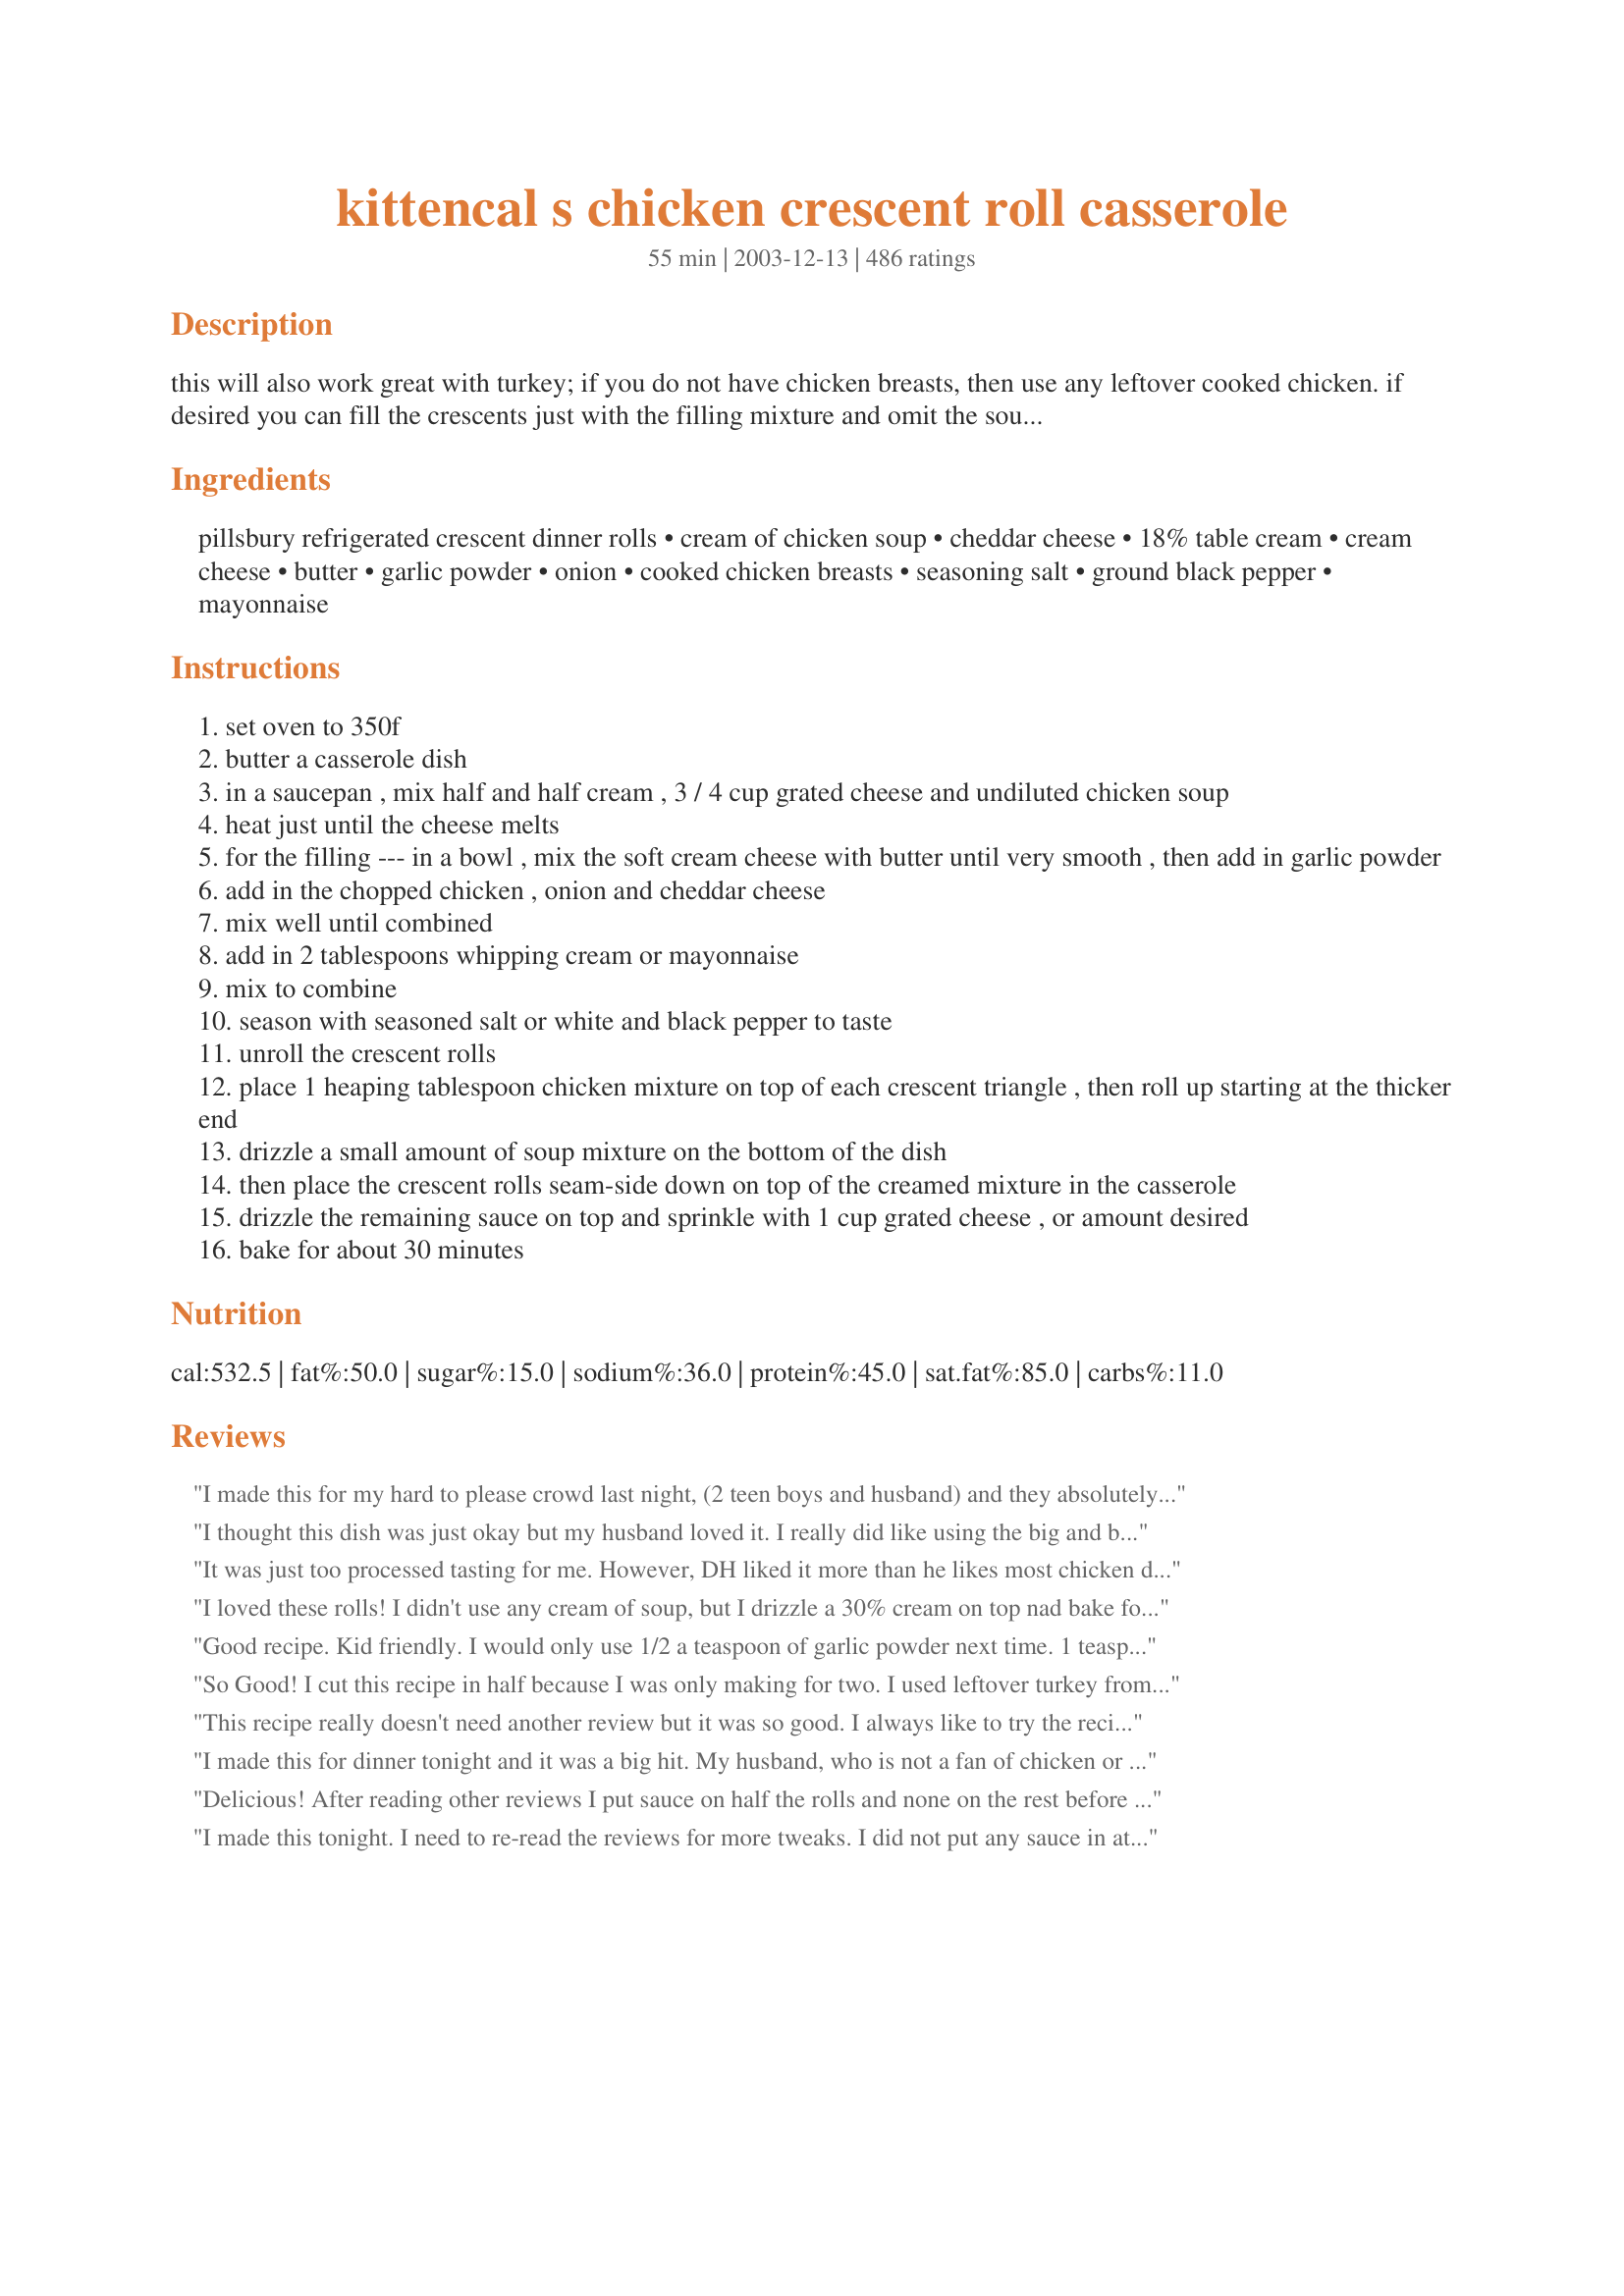
kittencal s chicken crescent roll casserole
Preparation time: 55 minutes

this will also work great with turkey; if you do not have chicken breasts, then use any leftover cooked chicken. if desired you can fill the crescents just with the filling mixture and omit the soup, just brush with butter before baking. they are wonderful just stuffed with the filling! a few members have experienced a soggy bottom, so you might want to consider just drizzling half (or even a little less) of the soup mixture on top and a little around the sides of the crescents, then save the rest of the soup mixture for another time (this will help prevent a soggy bottom). you may use the jumbo crescent rolls and stuff with more chicken mixture :)

Ingredients:
pillsbury refrigerated crescent dinner rolls, cream of chicken soup, cheddar cheese, 18% table cream, cream cheese, butter, garlic powder, onion, cooked chicken breasts, seasoning salt, ground black pepper, mayonnaise

Steps:
set oven to 350f
butter a casserole dish
in a saucepan , mix half and half cream , 3 / 4 cup grated cheese and undiluted chicken soup
heat just until the cheese melts
for the filling --- in a bowl , mix the soft cream cheese with butter until very smooth , then add in garlic powder
add in the chopped chicken , onion and cheddar cheese
mix well until combined
add in 2 tablespoons whipping cream or mayonnaise
mix to combine
season with seasoned salt or white and black pepper to taste
unroll the crescent rolls
place 1 heaping tablespoon chicken mixture on top of each crescent triangle , then roll up starting at the thicker end
drizzle a small amount of soup mixture on the bottom of the dish
then place the crescent rolls seam-side down on top of the creamed mixture in the casserole
drizzle the remaining sauce on top and sprinkle with 1 cup grated cheese , or amount desired
bake for about 30 minutes

Reviews:
I made this for my hard to please crowd last night, (2 teen boys and husband) and they absolutely loved it! It was wonderful. It was so easy to make and clean up was a breeze.
Thank you for sharing!
I thought this dish was just okay but my husband loved it. I really did like using the big and buttery crescent rolls in lieu of the regular ones.
It was just too processed tasting for me. However, DH liked it more than he likes most chicken dishes. I had some leftover filling; I think it will make great chicken sandwiches.
I loved these rolls! I didn't use any cream of soup, but I drizzle a 30% cream on top nad bake for 30 minutes. At the half filling I used chicken and at the other half ham. I sprinkled with 1 cup of edam on top. Perfect! Thanks so much Kittencal for an easy and tasty meal, but unfortunatly full of calories!
Good recipe. Kid friendly. I would only use 1/2 a teaspoon of garlic powder next time. 1 teaspoon was a bit too much.
So Good! I cut this recipe in half because I was only making for two. I used leftover turkey from Thanksgiving. I also used cream cheese with onion and chive and added chopped celery. The flavors went well with the turkey. I saved the leftover filling for a sandwich. I didn't make the sauce, because I didn't have the ingredients on hand. The rolls came out nicely browned after 26 minutes. I served with sour cream. Thank you for this recipe. I will make again.
This recipe really doesn't need another review but it was so good. I always like to try the recipe as stated first, but next time I will add a can of chiles.
I made this for dinner tonight and it was a big hit. My husband, who is not a fan of chicken or creamed soup, loved it. I only used one chicked breast and one can of rolls, but used the entire can of soup and cheese. Also, I sauted some celery, onions and garlic before adding it to the chicken mixture. I also used cream of onion soup instead of the chicken. It took longer than the 30 minutes to cook (about 45 mins total). I will be making this again. Thanks for a great recipe!
Delicious! After reading other reviews I put sauce on half the rolls and none on the rest before baking. Definitely agree with those who said add the sauce afterwards, the rolls just become too soggy with the sauce. BF loved it, even spooned the extra sauce over the steamed broccoli I served as a side.
I made this tonight. I need to re-read the reviews for more tweaks. I did not put any sauce in at the beginning. I waited and put it on top at the end and put it back in the oven for a couple minutes. It was still doughy. I need to do the two pan thing so the rolls aren't touching and I think I need to cook on a higher temp. I had already thrown out the package of rolls to see what temp it calls for but I assume it would be more like 375. ?? I used twice as much grated cheese. I am now ready to be creative with it. I think some more to the mix would be good. I'm wondering if you really need to even roll these up. What about placeing them on top the filling. How fast would that be?! Then you could use more filling and less cresants which would keep the fat content a bit more manageable.
Made using leftovers, and was it ever good! Thanks.
This was very good and rich. Mine took about 10 minutes longer to cook completely. The men in my family just loved it. Thanks!
I made this for my scrapbooking ladies and they raved about it. I doubled the recipe and filled four cans of crescents. I still had filling left over. I just dropped the filling onto crackers topped with a little cheese and baked until warmed through. Excellant teaser as to what was coming up. I think next time I will try the sauce on the bottom only just for a change :) Thanks for a keeper!
These were very flavorful and quite easy to prepare. The directions were very clear. I would recommend using two seperate pans to cook them, if you double the recipe. I didn't and crowded them into one pan. That made them a little doughy. My bad. They did make great leftovers.
it was good,but my only problem was that my rolls didnt get done & we had a doughy mess, ugh!
This was very good. The only change I made was to add mushrooms to the chicken and cream cheese. I think it would be good served as an appetizer as well, without the soup mixture.
These were very good...made them last night, used 2 cans of rolls as suggested by other reviewers. I am eating the leftovers now for lunch, and they are just as good, if not better than yesterday!! 
Other than using the 2 cans, I followed the recipe as written, had no problems. I think next time though, I might add some shredded cheese in the chicken mixture before I roll them up...I like LOTS of cheese!
Thanks for a great recipe!
My family and I absolutely loved it--along with our guest! I don't like to "experiment" on guests but I had already planned this dinner before the invite. I thought, "Well, here goes!". I followed the recipe very closely--except for following some of the reviewers suggestions and doubling the recipe. For the filling I added a 1/2 tsp paprika, used mayo instead of the whipping cream(can't even taste it. After all mayo is made from eggs and oil and tends to make food moister) and I used an 8oz container of cream cheese with onions and chives along with the rest of the ingredients called for. I was a little more generous spooning the chicken filling on the crescent rolls--spread about 2 tbsp. I also veered away from baking the soup mixture on the stuffed crescent rolls because of many comments that they came out soggy. Instead, I heated up the soup mixture while baking the stuffed rolls and let everyone individually ladle the sauce on top of their own servings when they were out of the oven. This worked out very well. Absolutely no sogginess. Will make this again and again. Thanks Kittencal for sharing your wonderful recipe!
Another incredible recipe. I tell everyone to always look for kittencal's recipes. They are all the best.
I am so surprised at how much my husband and I disliked this dish. It sounded so wonderful. There was something off with the texture of this sauce. The cream cheese really stood out and didn't blend well with the other ingredients, taste wise. I was very disappointed. I would not recommend this dish.
This was a hit with my very picky hubby and 4-year old son. I'm just learning to cook and found the recipe easy to follow. While the prep time took a little longer than I was expecting (about 50 minutes for a newbie like me), the end result was totally worth it. YUMMY!
This recipe is really good! I added fresh diced cooked mushrooms and green onions to the filling. I double the recipe, because there is never enough!
Delicious- i poached my chicken breasts and it came out a little salty but definately will make again!
So Good! I made these last week, and forgot to send my comments! I used everything the recipe called for...The only thing I did different was to not use all of the sauce ontop. I wasn't sure how they would turn out, but they were perfect. Next time I will use it all. My hubby, who isn't real fond of chicken really enjoyed them. Thanks for sharing such a yummy recipe. I will make again!
These were yummy, even my husband said so and he hates everything unless it's filet mignon. Thanks for the recipe, I'll be making this again.
I made these about a month ago and forgot to review. These are wonderful. Made them as directed and they turned out perfect!
My rolls were soggy even after cooking for an additional 10 minutes.
This is probably my new favorite meal! All of my guests raved about it. I used mozzerella cheese because that is all I had on hand and it was fantastic! Thanks for posting this!
I made this dish last night. It was delicious. I used two cans of the rolls as suggested and I used onion/chive cream cheese instead of plain with a chopped onion. My husband loved it too. Thanks for a 10 star recipe.
What more can I add? Very easy to throw together and very tasty! I will definitely be making this one again. Thanks for posting, Kittencal!
These were so amazing. Kittencal, your recipes are practically no-fail, always delicious.
All I can say is WOW!! I rarely cook with canned soup or packaged pastry but I'll be doing this again. I scaled it in half as there's just the 2 of us & followed Crabzilla's suggestion about omitting the sauce on the bottom. I added salt & pepper to the both the chicken mixture & the sauce and sprinkled paprika on top to improve the colour. My cheese of choice was colby with chives & I served with a side salad for a quick & easy mid week dinner. Adding some diced celery to the leftover chicken mixture will make a great sandwich for lunch today. Thanx so much for posting Kitten!
I got tons of compliments on these rolls. They were so liked I barely had any left over! I followed another reviewer's suggestion and did not put sauce on the bottom of the pan. I think that this was a good move as it was still plenty wet even without. I also lowered the temp after the recommended cook time to 300 and let it sit in the oven for ten more minutes. This helped make sure that the middle wasn't uncooked. This recipe can look done on top but the dough will still be uncooked. Also, I used green onions rather than regular yellow or vidalia. I think this made a lot of difference in the flavor.
Good stuff. I took the advice on cooking it first without the sauce...and it turned out well. I cooked for 15 mins alone, then added the sauce for 15 mins. I skipped the cheese for topping as I felt like everything else had enough cheese in it. I was pleased with it and think the extra cheese would have been too much.
Wow, this dish if really great! It tastes wonderful and is unique and special enough for company. I made it exactly as written except that I used 2 cans of reduced fat crescent rolls. (I figured there was plenty of fat in the cream!)and I at least doubled the cream in the sauce as it was very thick and I needed to cover all the chicken rolls. I covered it with foil and it came out great. Thanks for a great recipe that I will make again... for sure.
I thought this was good for a "kid" feast, but not really good for an adult meal. I can see it being served successfully at a spend-the-night party for kids, especially if you leave the onions out and use the shredded cheese. I'm not a big fan of crescent rolls though, so that may have influenced my opinion. On the other hand, I love chicken/turkey and cream cheese, so I had high hopes for the recipe. For adults, I thought there was way too much sauce, and the rolls were soggy, even though I baked them by themselves for 15 minutes. I would follow other reviewer's advice and have them serve the sauce "on the side", and not cook the rolls with it. The sauce was a bit overpowering and made the rolls soggy. I'll try this one again with some alterations. It has promise, just needs a little tweaking.
Another vote for skipping the bottom soup layer and just pouring it on top. I used a good bit more chicken mixture in each crescent than recommended and still had enough filling and sauce for 12 rolls. A mixture of sharp white cheddar and Gruyere, along with some ground pepper, worked great. Oh, and I also used Alouette instead of plain cream cheese. A salad...a green veggie... a terrific, easy weeknight meal thanks to KITTENCAL!
This was great but I changed some things based on a luncheon I had these at (reason for 4 stars)...cooked boneless skinless breast seasoned with pepper, garlic salt, and paprika, used milk instead of cream or mayonaise, added paprika seasoning to filling mixture, used garlic butter cresants, and omitted the sauce altogether. I took cresants and combined 2 traingles into 1 square, placed filling in center, gathered points into middle and pinched closed the packet (ends up making 4 instead of 8). Brushed with melted butter, sprinkled a little cheese and paprika on top for visual appeal. Served with side bagged ceasar salad and reisling wine. BF loved it!! Great for brunches or a nice simple dinner with friends.
I have made a recipe similar to this, without all the cream, butter, and cream cheese, and I add in some mixed vegetables (cooked), and just arrange 1 tube of the crescent rolls on top (triangles in a spoke pattern for a round baking dish, or rectangles for a square or rectangular baking dish). It's great and tastes very similar to a chicken pot pie, and not so fattening as this one sounds.
Boy oh boy was this GREAT!
I used the Jumbo Crescent rolls, used a large shallow baking dish and cooked it for 20 minutes longer than stated and they were not soggy at all!
I added cut up raw broccoli to the casserole dish, it cooked in the sauce, and also served it with rice. Very flling!
Here's a tip: I cooked a great recipe 3 nights ago called Swiss Chicken #46886 by ~Fauve~ 
I used the leftover chicken and stuffing from that, and mixed it up with the cream cheese and onion mixture, spooned it all on the crescent rolls and voila...my family did not know they were eating leftovers!
Thanks for sharing!
Yummy!!!My kids love this recipe, as do I.I probably wouldn't eat this every week, but it is definitely a keeper.Thanks!
This was very very good. Had an abundance of stuffing and plenty of sauce. I can't wait to make it with spinach and water chestnuts!!!!
DH made this for dinner last night. They were wonderful. I was so impressed because he followed the recipe EXACTLY as written! KC, thank you for sharing. I think that if ALL of your recipes are this good, I'm moving to your house!!!


Definately a keeper. I actually keep a freezer bag full of already assembled chicken rolls in the freezer. Then pull them out when needed and bake away. But now I have a new favorite way to fix them. Thanks for such a yummy recipe. I sometimes add green onions and mushrooms to the rolls just for a little more flavor.
So very good!
Delicious! Going in the keeper file!
I made these and had all the kids for dinner and everybody loved this dish. I will definitely be making this again and again and again and again!
Great flavors! I'm a very picky eater but still loved this. Used canned chicken because it was what I had at the time and it turned out very well. I added the soup mix about halfway through and it was still a little soggy, so I think I would cook it entirely next time and then add the soup. Very good!
I really liked these! So did my toddler...surprise, surprise. I did find that it wasn't quite finished after 30 minutes. I threw it back in the over for another 15 minutes and it was perfect! I liked the soup mixture, but I only used about half of it. Next time, I'll follow kittencal's suggestion and buy the jumbo crescent rolls. I had a little bit of the filling mix left over. I had 16 rolls, so I think the stated 12 servings is a bit optimistic. I'd decrease it to at least 8...unless you use them for appetizers.
These were fabulous!!!!!! I poured the soup over all, none on bottom of pan after reading reviews. They were perfect, easy and to die for. Thanx for great recipe.
Add me to the fan club.....these are absolutely wonderful. I think next time I will make them with a dinner salad or some mixed fruit on the side. I did cook the filled crescents for about twenty mins, (11x9 pan)with the excess filling placed in the bare spots around the crescents, then added the soup mixture and small amount of add'l cheese and baked another 10 mins or so...Fantastic comfort food----Big Thanks!PeggyLynn
I made this when the whole family had been sick and it was chilly out...I thought we all needed some stick-to-your-ribs comfort food! This recipe was the perfect thing to fit the bill. It was creamy and tasty and hot, just what we needed. Thank you!
We absolutely loved this recipe!! Even my non-chicken loving husband and kid ate this right up! Thanks for another great recipe!
The first bite won wide eyes and wider smiles! I used jumbo rolls, 3 chicken breasts, some pepper jack with the cheddar to spice it up and came out perfect. Next time I will add more pepper, garlic powder and some mushrooms. What a great recipe to play around with! I used red onions and it was a bit over-powering. I suggest white onions or onion powder. Again, what a GREAT recipe and this will be in regular rotation at my table. Vere's Spinach Rolls sound like a wonderful variation. Thanks for posting, KittenCal
My picky husband actually said he liked this! And that's a major event! I thought it was a pretty good recipe, but I wasn't too fond of the texture of the filling. I think next time I make it I'll try with spinach, cream cheese and maybe cream of brocolli soup.
Delicious recipe...there were only 3 of us and there was not one crumb left....this was so good and easy...the last time I made this, I only had one small chicken breast, so I added extra cream cheese and a little extra cheddar and it was every bit as good...I wanted to add that I really enoy your personal recipe site and look forward to new recipes posted by you......you must be a fabulous cook....Thanks for posting this recipe!!!!
Very impressive recipe, Kittencal!!! I found it even better leftover. I took another reviewers advice and made it into more of a casserole with half the rolls on the bottom and half on the top. I used all low fat variations and no onion. Was good for freezing, too! Thanks again!
Very tasty, but I found them to be a bit too salty & soggy. Next time I will use a less salty cheese and bake the stuffed cresent rolls until crispy first "THEN" pour the sauce over them. Possibly home-made biscuit or cresent dough might crisp up better, maybe puff pastry?
We LOVED these! I reduced one star because of the fat content, not the taste. I have made these with soup in the bottom of the pan and without. I preferred them without because they were a little less soggy this way, but were still very good either way.
Everyone loved it... including my picky teenager ... Like the other reviewer I made according to directions with the exception that I did not put the soup mixture on the rolls before baking. I just put them on a parchment lined cookie sheet and baked separately until golden, then served 2 per plate and drizzled sauce over top. Made for an excellent "gourmet" tasting dinner and everyone had seconds! Next time I will double the sauce, it really set these off! :) Thanks!
My whole family loved this!
This recipe is fantastic! I made it 1 week ago, and my family has already made multiple requests for me to make it again. I followed the recipe exactly - no modifications. Served it with asparagus and a tossed salad - great meal!!
Aww this was so nice... I love how it was so creamy... I doubled this recipe for my family and I found that if you put the extra chicken and cream cheese mixture in empty spots around the stuffed crescents it tastes even better!
Wonderful recipe! Everyone loved these. I used some old White cheddar cheese as well as mild cheddar. Made recipe exactly as stated and perfect they were. Will be making these again soon. Thank-you!
these are very good. fiance calls them 'chicken pot pie rolls'. he wants me to add carrots and peas to the chicken filling. maybe if he's good.
I made this the other night and my daughter who is one of the pickiest eaters has asked every night if I would make it again!

It melts in your mouth!
Thanks Kittencal for a wonderful recipe! When I made it I only put in 1 cup of cheddar cheese into the sauce that goes over the chicken. I used two chicken breasts seasoned with pepper blend and garlic salt and then sauteed them in some olive oil. I added a splash of worcestershire sauce right at the end just for a bit of flavor. Then I sauteed my vidalia onion. I also took the advice of others to cook the rolls without the filling on top. I just heated the filling up on top of the stove and then spooned some on top of each roll as I served up their plates. I also steamed some broccoli and then added it directly to the sauce. It was so good! I also made my own crescent rolls from #35267 To Die For Crescent Rolls by rickie. I made the dough and let it rise in a warm oven for an hour and half. Then rolled it out, cut into wedges and stuffed them with the chicken filling and rolled them like you would normally roll a crescent roll. Put them in my Lasagna Crystal Bakeware and them let them rise in a warm oven for 30 mins. Then set the oven at 350 and cooked for an additional 25 mins till they were golden brown. One recipe of the crescent rolls were just the right amount. Oh my god, were these heavenly. Very filling and so pretty! I wished that we had company over to serve them to. Wow! The only thing is with the homemade rolls version you almost need to the double the sauce. I almost didn't fit all the rolls in my huge lasagne pan. I will definitely make this again!
My kids didn't care for this much but my inlaws loved it and dh and I liked it quite well. I put parchment paper on the pan bottoms instead of sauce and just put the sauce on top, as others suggested. The bottoms didn't get at all soggy.
All of my kids loved this recipe.. even the pickier ones. I want to live at Kitten's house!!
OK enough already! I've made a pig of myself today. The only thing I didn't like these were the soggy bottoms. The flavor was wonderful. Thanks for sharing!
this is very good. the soup makes it a litle salty, so i choose to dilute it just a tiny bit. :)
These were very good, I made them for a bachelorette party and everyone enjoyed them. The only changes I made was to add some sour cream to the filling and I used green onions instead of regular. Simple and good.
This Was The BEST recipe I have ever eaten!!! My son who is on ADHD meds and doesn't eat anything loved it!!!
This recipe is fantastic! The only thing I changed is I used two packages of crescent rolls as there was a lot of chicken mixture leftover. Thanks!
Pretty good. I think next time I will omit the butter and double up the cream cheese. I also added celery to the filling mixture. My way of sneaking in some veggies. They didn't know the difference. May also want to try the larger cresent rolls. Turned out great when cooked without the sauce on till the end.
This is an easy recipe to prepare and it results in a delicious entree with a nice creamy sauce. I poured all the sauce over the top as recommended by some of the other reviewers. Thanks for sharing your recipe with us KITTENCAL!
I made this using a large can of chicken. Very easy and tastey. My boys, 6 and 8, both liked which is always a rare occurance. Will add to our regular rotation.
Well, these were really good. My substitutions were; turkey leftover from Thanksgiving, green onion, and Campbell's condensed cream of chicken soup w/ herbs. The key here is definitely to bake the rolls BEFORE adding the sauce. I don't like soggy stuff (like most people, I imagine), so I didn't add the mixture until after 30 minutes, then poured the sauce over and baked another 5 or 7 minutes or so. Filling! I ate 2 and that's enough, so I hope hungry family stops by! When I make these again I'm going to use low-sodium cream soup, if there is such a thing, because they were too salty for my palate. This is a great recipe anyway, and there are many ways you could change it around and have fun with it!
This was an okay meal for my family. No one loved it, no one hated it. I really enjoyed the chicken mixture, but after cooking it with the cresent rolls and sauce, I wasn't thrilled with the result. I will make the chicken mixture again for chicken salad sandwiches.
I ate 4rolls in one sitting. Is that too much? lol
I have baked this twice and followed the recipe ingredients (turkey) with the exception that I used phyllo pastry instead of crescent dinner rolls ( I don't think they have it here in our grocery)...
1st try I didn't put any sauce on the bottom, baked the rolls for 15-20mins before putting the sauce on top. 
2nd try, I lined the bottom of the pan with wax paper, spread some of the sauce on it before putting the rolls. err.. I shouldn't have done that I guess coz the paper got stuck to the rolls after baking. 
Nevertheless, in both tries, the pastries came out so good with the phyllo giving a flaky texture.Taste..it comes close to chicken spread if one wants to know how it tastes..DH says the sauce is so rich.. so when I bake them I put the sauce topping on half the rolls for me and the other half without. :D
Also, as a preference,next time, I'll opt out on putting the sauce at the bottom..the sauce does taste rich,having it as topping would be sufficient for me.
Thanks once again for a wonderful recipe. :)
I made this recipe because of the high ratings. Nobody in my family really cared for it. I followed the recipe exactly but it was a different flavor that we didn't care for. I don't think we will make this one again. Sorry, just not for us. I do like a lot of Kittencal's recipes though.
My husband's favorite- he often asks me to make his "comfort food" as he calls it. Instead of cream, I use half and half or even 2% milk if that's all I had on hand, and both work well. Also, I only use 1 TBSP of butter in the filling and didn't miss it. I sautee the onions before adding them to the filling so that they're not as crunchy or use green onions instead. Along with seasoned salt and black pepper, I also use a little cayenne to season it. I find that I need 2 packages of the crescent rolls for the amount of filling the recipe makes. After reading the comments, I add the sauce after the dish has been cooking for about 15 minutes. It's delicious!
OMG...yummooooo. Love this. creamy, moist and delicious. Make ahead and freeze. Leftovers get better. Make a double batch and freeze a pan full.
Not sure if this was my favorite meal. I didn't put the cream sauce on the bottom of the casserole dish just buttered it. I have to say it's really filling meal though. Just not one of my favorites.
I made this exactly as posted and it was delicious. I thought we'd have enough for lunch the next day, but no way. It was gone in one sitting. Thanks for a really yummy dish.
I have made this many times since I first saw this recipe. It is fairly easy to make and DELICIOUS. Everyone in my house loves it.
OH MY GOODNESS!! I hang my head in shame. I pulled this up as a reminder of what my side notes were and found out that I have NOT reviewed this out of this world recipe. This is about the fifth time making and I am going to try sour cream in place of half n' half. Grandkids coming and they requested this...AGAIN! Thanks for such an easy recipe that makes me a hero to the grandkids.
This was a nice treat. I used leftover turkey, with reduced fat crescent rolls, and light cream cheese. I also subbed sour cream for the mayonnaise. Since I only made half a batch, I skipped the sauce, but Id like to try it on the side next time. Served with a spinach salad and roasted butternut squash. Thanks for sharing!
an EXCELLENT recipe!!! We enjoyed it sooo much and even the leftovers didn't last long.
The only problem with this recipe is it is too small! My family of four devoured the whole pan and wanted more! I followed the recipe exactly and we all loved it. Thanks Kittencal!
I think this is a quick, easy to prepare dish. i have made it twice now, but I do deviate from the posted recipe. Instead of cream cheese, I use ricotta. Instead of butter, I use olive oil. Also, I find the addition of peas to either the rolls or the sauce to be a nice compliment.
I am so glad I found this recipe again. My family loved it but I lost the recipe. I know what's for supper tonight! Thank you!!
I made this for my husband and he absolutely loved it. It is really easy to make and I had everything on hand to make it.I will definitely be making it again soon
This recipe was delicious!! My husband had four helpings! It was rich but not too heavy. It's definitely a new favorite!
Absolutely wonderful!! I followed another commenters suggestion of not putting any soup mixture on the bottom, I used about 3/4 of the mixture over the top and sides of the rolls and baked it an extra 5 minutes . They turned out pefect!! I can't wait to make this again!!
This was good and I may make again with some changes to "spice" it up a bit. Following all the review I cooked the rolls for 10 minutes then put all the sauce over them. My rolls were not soggy and the sauce wasn't overly saucy at the end. I cooked it for an additional 5 minutes to solidify the sauce. Great premise. Thanks for posting!
The first time I made this I put the sauce on the bottom as originally suggested and we all thought it was too mushy. After trying it again with the sauce only over top it was much better. I substituted for cream of mushroom soup. My daughter really liked this one. We will be doing it again. Thanks for submitting.
we didn't care for these at all. so sorry kittencal :( They were very bland and mushy. Just not our taste.
I can easily see why these are in the top 40 recipes on Zaar. They are so easy to put together and taste so great! Based on the advice of Kittencal and other reviewers, I didn't place my rolls in the mixture. Instead, I baked the chicken rolls for 15 minutes then poured the sauce over the rolls and baked for an additional 15 minutes. Delicious! I probably added a bit more cheese than the recipe called for(Mozzarella and Cheddar)and the result was tremendous! Thanks for sharing this delicious and easy recipe Kittencal! Kristen
mmm so good, reminded me of pot pie. I had more filling so I made a second batch.
I usually don't submit a review unless I liked the dish, but this one just didn't do it for me. It was just too gooey, and for the calorie count, just not worth it to me.. I'd rather splurge on something else.
My husband and I really liked these, but unfortunately my 5 kids did not. These are worth making, but since most of my family didn't like them, I probably won't be making again.
I have wanted to try this recipe for awhile. I didn't think my family would love it, but thought I would. All you moms and wives know we cook more for our loved ones than ourselves. Well, to my shock my family loved it. My husband said it was outstanding and that it should become a regular meal for our family. I followed the directions exactly, but added about 6 minutes to the cooking time. I also, let it sit for about 15 mintues before serving. This dish was perfect! Thanks!
This was easy, economical and totally delicious. Not soggy at all, full of flavor. I used two packages of crescent rolls, otherwise followed the recipe to the "T". Two thumbs up from a family of four!
This was my third turkey recipe try out this week. I was very happy with the recipe. My family loved it too!
I used the large sized crescent rolls and roughly doubled the recipe so I had a 9x13 pan filled. I put some of the sauce on the bottom and spooned a little along the top of the rolls. Topped w/shredded cheese and had perfect results. Not soggy in the least. Maybe because I used a clay baking dish sprayed with Pam? I will make again, adding chopped spinach and baby bella mushrooms. I'd like to try these in Mexican or Thai style. Any ideas ? Please share!
Yummy! I agree with the tip to not put the soup mixture on the bottom, it came out a little soggy but didn't put a damper on our dinner! Very tasty and will definately make again. Thanks!
I was so excited to eat this that I forgot to take a photo! I want to say right off that I know some people complained that the rolls were soggy when they drizzled them with sauce ahead of time. I did that and after 40 minutes they were perfectly crisp, but you could not really tell that there was ever sauce on them since it dried after baking. I will try it that way again, though, but maybe experiment with different cheeses for fun. This had to be the best comfort food since learning to make my own chicken croquettes last year. As for some reviews saying the flavors were too mixed, I found otherwise - when savoring my first few bites I could immediately distinguish the cream and cheddar cheeses. I used a 10 inch or so old Corningware deep dish that contained the 8 crescents perfectly, but they were touching after baking - so if you want them totally separated, use a larger dish or put fewer in the dish. I may add some carrot bits to the mixture for color and texture.
Soooo good! I cooked this over the weekend for my family and some friends. Big hit! Can't wait to fix it again. Looking forward to trying many of your other recipies. Thanks
The 3rd time was the charm on this one. These were good to start with, but I've played with them a bit to perfect them to our tastes. I used garlic butter crescent rolls, cream of chicken with herbs soup and cheddar cheese. In the filling I used green onions and added 1/2 teaspoon garlic salt, 1/8 teaspoon paprika, and 1/8 teaspoon pepper. I cooked the rolls for 15 minutes by themsleves and for another 15 minutes with the sauce on top. No more problem with soggy, undercooked rolls, the sauce was rich, and the taste was great. In the past I've also tried subbing spinach for the chicken and cream of broccoli for the soup and it made a very nice vegetarian version. Very nice, very versatile recipe. Thanks.
Most certainly a winner! I used Pillsbury Big and Buttery Crescents, which are 50% bigger than normal and have 6 to a can, so it made 12 rolls. I used a small amount of sauce to drizzle over before cooking, and served the rest on the side for topping at the end. I divided the chicken mixture into 12 portions before filling, and since the rolls were larger, it held it all. They were crispy on the top and bottom, but were a little doughy where the sides touched. I think next time I will spread them out on a cookie sheet covered with nonstick foil so that they won't be touching even when they rise, so they will crisp on all sides. I also think these would be delicious spread with honey butter instead of the sauce before baking. Kitten, you've made my family very happy once again!
Rich and yummy! Loved it! Once again Kittencal has proven that her recipes rock! Thanks!
I made these a while back, but I just realized I forgot to review them. They were really good, although a little rich for my taste (not for DH's, though!). I had trouble getting them cooked properly--they ended up underdone and "doughy", probably due to all the sauce. Next time I think I'll bake them without the sauce, then add the sauce afterwards. However, despite their being a little underdone, we still managed to make the lot disappear!
This was easy to make and had a very creamy sauce. It was a big hit with my family.The only changes I made was I left out the onions due to a picky eater and used extra cheese. No leftovers :)
This is such a good recipe, fast, simple and as I found out, easy to adapt. I had planned to try to stick to the recipe as written and found my c-of-c soup was a retro can dated April 2002-yikes:) So, I subbed c-of-mushroom in the sauce. I only made a half recipe of the sauce.
The filling was good but I did make some additions, 1/4c finely diced red bell pepper, 1 tsp dijon mustard and 1/2 tsp crushed garlic. I Pam'd the baking dish and skipped the sauce on the bottom but did use about 2 T over the top of each roll. I sprinkled the tops with a little cheddar and shredded Parmesan cheese. The bottoms stayed sorta crisp and the tops puffed and were golden. I can already think of some variations that make this super versatile. The leftover filling would be good on a toasted english muffin and run under the broiler/toaster oven with a little cheese. I served this with steamed broccoli. This was really good and I still intend to try it as written. A Keeper! Thank you!
These Chicken Rolls are excellent. Just creamy enough, just cheesy enough, just solid enough to lift effortlessly from the baking dish to be plated, and just so very delicious! The only change I made was to add some chopped garlic chives from the garden and sprinkle more on top of the cheese. Fast becoming your biggest fan. Thanks for a wonderful recipe, Kitten!
All I can say is this is a definite winner! I didn't put sauce on the bottom of pan...just drizzled sauce on top.
Whoa! This was awesome!! So easy to make and tasted DEELISH! Very creamy and flavorful. I did not put the sauce mixture on the bottom of the pan, just spooned it over the top of the rolls. I had way too much chicken mixture so I stuffed the crescent rolls full...next time I probably will get another package of rolls. I also used the "butter flaked" style of crescent rolls...definately NOT a diet dish...but so worth it!!! Thanks for a new favorite, Kittencal! We will be making this often!
Yummy yummy -- great for kids and grown-ups. I agree with the others that suggest not putting soup on the bottom of the casserole dish - instead, just brush the casserole with butter or oil. Also, I don't put the soup mix on until they were slightly browned. This recipe is pretty versatile and forgiving, so no need to measure very accurately.
YUMMY!!!! This was a wonderful receipe!!! I urge you to try it. My boys would of licked their plate clean, and hubby likes it to. Thank you so much for another GREAT recipe!
Awesome recipe! Will definitely try again! The crescent rolls weren't completely cooked to my tastes, so I'm going to bake for a little bit and then put the soup mixture on top. Completely yummy!
I made this in a stoneware dish and it came out wonderful! This recipe was an instant hit with my family. I will definitely make again! However, in my opinion, the flavor of the ingredients blended together too much, thus only giving it 4 stars.
Yum!! This was great. It went together fast, and my entire family ate it! I did half the 'soup/sauce' recipe, though I wish I would have added a bit more - maybe closer to 3/4 than 1/2? Very cheesy - move over mac and cheese - this is comfort food at it's best :).
These were really good but I cooked mine for about an hour and they were still a bit soggy. Will make again but bake rolls first then add sauce the last few minutes of baking and will add some seasonings. Thanks!
This was good! My husband said it was like hot pockets with gravy. My 8 year old daughter and my neighbor liked it too. I only used one roll of creasent rolls and over stuffed them. Used all the gravy because I think it makes the dish. First reciepe I have tried of yours :)
One of the best comfort foods ever invented! Thank you Kitten for posting this. We first made it a few years ago and it's been a regular on our rotation ever since. Kind of high in calories but you can substitute lower fat ingredients and it's still delicious.
Wish I could give this more than 5 stars...smelled wonderful and was a great recipe for all the left over chicken I had...thanks
My husband thought this was decadent and rich. He described it as chewy, flaky and creamy. I put a bit of sauce on the bottom and cooked it a bit longer to prevent the uncooked crescents. I used one can of jumbo crescents and had just the right amount of filling. Very good and quick.
This was excellent. I added shredded cheddar into my cream chee/chicken mixture. And I also shredded the chicken as opposed to chopping it whick allowed more to be stuffed into each croissant! I baked them without any of the "sauce" and then right before I served them I drizzled the sauce over them on each person's plate! My whole family loved this. it will definitely become one of our "regular" meals! Thanks so much for this recipe!
This was an all-around hit! Even my very picky DH told me to make it again (which automatically gets a 20 star from me!) I did make a few changes: I used a vegetarian chicken substitute (Quorn) instead of real chicken, cream of mushroom soup in place of the cream of chicken, half and half in place of the cream, sharp cheddar instead of mild, and tossed in a glorious amount of frozen veggies (cauliflower, broccoli, and carrots) per others' recommendations. I also cooked the rolls seperate and spooned the sauce on when it was served. It kept the crescents crispy, which made my DS happy as he is against soggy textured foods. It was very pot pie-y and completely wonderful! I will be making this over and over. Since I used a 9x9 pan, I cut the recipe in half. It all fit perfect.Thank you!
This was very easy and very, VERY good! Made exactly as written with huge success. My son had the leftovers the next morning for breakfast! Thanks for sharing a great recipe!
This dish was a little too rich for my taste buds. My husband said that the dish was OK. I used the swiss cheese for the sauce, with cheddar on top. If I make them again, I would not use quite as much of the sauce (I used almost all of it). I will say that I actually liked these better heated up the next day. Overall, I liked the flavor, it was just too rich for me. Also, it wasn't quite done baking at the alloted time. It needed to cook for about 5 more minutes. Thanks for sharing.
This was delicious! I was a little short on cheddar cheese for the topping so I used mozzarella instead. It turned out great! I also substituted cream of mushrooms soup and half and half instead of cream of chicken soup and heavy cream. I used a 13 x 9 pan and it fit all of the rolls perfectly! Here's a keeper!!!
Fabulous recipe, Kittencal! I used reduced fat cream cheese and crescents and it was delicious. I even caught my picky son (age 23!) eating more out of the pan after dinner but before I got it cleaned up! I sauted the onions with the chicken breast since I only made them up at the last minute and used a mixture of Swiss and cheddar cheeses. As suggested, I did not put sauce on bottom of pan, only on tops and served the rest "on the side." Before we even had them in the oven, my daughter was tasting and asked if I would make them again with crab instead of chicken. I can't wait to make them again! Thanks :o)
I'm sorry, this didn't go over too well at my house. I guess I was expecting more with all the great reviews. It was easy to make, and very rich, but the family wasn't crazy over it.
A super easy and delectable recipe that sticks to your ribs! I used a rotisserie chicken and because of reviewer comments about the onions not being completely cooked through, substituted cream cheese with chives as well as onion powder instead of adding onions to the filling. As others mentioned, I also decided to add a vegetable to the filling - a bag of thawed, frozen spinach in cream sauce. I didn&#039;t have a problem with soggy crescents since I baked them without the sauce and served it on the side instead. I will certainly make this again, maybe switching up meat, soup, cheese and a different vegetable. That&#039;s another beautiful thing about this recipe - it&#039;s awesome as is, but lends itself nicely to adjustments and variations depending on what your family likes! I&#039;ve never met a Kittencalskitchen recipe I didn&#039;t like - Thanks so much Kitten, for another fabulous recipe!!
Just a quick review. "this is out of this world delicious" thanks kittencal..... I have alot of your recipes and we love them all.
Ok I cheated! Instead of individual rolls i laid a layer of crescent roll on bottom, then mixture, another layer of crescent roll, then sauce. Even with this lazy change my family LOVED this! Woo Hoo! Another recipe to add to our "favorites"!
This was 5 stars for our family. Everyone loved it. I made it with 2 skinless chicken breasts as recommended. My only comments was that it will not feed the 12 at our house of four as stated. Both my husband and teenage son ate 4 each, and my daughter and I ate two, so only four left for left overs. I was trying this out for company of 8 that is coming. I can't see how this will feed 12 people. Maybe 5 or 6? I will fix something else. Maybe it was just too good....
I made my own version of this recipe...I made alot of changes, but your recipe gave me a baseline. THANKS!
This was really quite good. Very easy to put together. The kids loved it. 
Thank you for sharing Kitte
I know this will be delicious because I have made almost the identical recipe for YEARS only with vegetarian canned chicken cubes made by Worthington foods. Even if I triple the recipe they are always gone by the next day because they are delicious cold out of the frig, providing you leave off all the sauces. Thank you for a great idea to provide my meat-eating scrapping friends!!!!!
This is so good! But when I saw the chef, I knew that I really didn't need to try it before knowing it would be a great and great tasting recipe!! Once again, Hats off to Kittencal. Thanks for sharing it with us. I did add a small can of diced green chilies because my family thinks they go in everything...lol. But that didn't change the recipe much.
Made these for a church dinner and had lots of requests for the recipe. I used 2 cans of rolls, no onion, added some chopped spinach to the chicken mixture. I stuffed and rolled and put in dish a day before and put in fridge. Baked for 15 minutes, took out poured sauce over and baked another 15 minutes. They were very good. I used swiss cheese and cream of celery soup. Will probably use different cheese next time. Thanks for a tasty dish.
This recipe was really terrific. It was flaky, crusty, and creamy, all in each bite! It got a big thumbs up from me, my husband (ate 4!), and my almost-5 year old ate one too.

I *did* adjust the recipe based on other reviews. The changes I made to the filling were: using a 10 oz can of chicken breast (I know, I know) and sauteing the onions. Since I used less than the 2 cups of chicken called for, I reduced the cream cheese and butter accordingly. I put more filling in than was called for, just divided the mixture into eighths and hoped for the best. I put a dollop of filling on the crescent roll triangle, and used the acute angle corners to sort of look like they were hugging the filling. You could still see the filling, but it looked attractive when baked. 

The biggest change from the directions I made was to bake the rolls with filling completely without any of the soup/milk/cheese sauce. When serving them, I put a couple on our plates, then spooned some sauce over top, then topped with a small slice of swiss cheese and a sprinkling of paprika. I had melted a handful of sharp cheddar with the soup and whole milk.

It was very easy to make, and pretty fast too. This will definitely be put into our regular rotation of dinners. Thanks for posting!
Wow. This is verrrry good.I was looking for something new so I tried this, it was great. The only thing that I change was using mozarella cheese instead of the cheddar cheese. I didn't put the soup at the bottom of the casserole either. This made a very different tasty meal.
Oh yum! I thought I really messed this recipe up but in the end everything was great. Wouldn't you know I had everything on hand but the cream cheese. I was not about to leave the warmth of my house today to go to town. The temp. here was 40, very windy and it poured all day long. So I substituted using 2 Tb of sour cream and 2 Tb of the cream of chicken soup. It was delicious. I only made a half batch and had enough left over to spread on 3 crackers.
This recipe was recommended on "The Best You Have Ever Had" Thread. I used 1/2 the filling & one can of Dinner Rolls. Family liked it very much. I will be adding this to my Buffet Table. I buy a cooked chicken every week. This is a great way to use up the leftover meat. Thank you Kittencal.
Good recipe! My husband ate 5 of the large crescent rolls! I may try baking the rolls then using the sauce as more of a gravy next time! Thank you for sharing
I plan to add spinach next time. My family loved it.
A very good dinner! I did not make the gravy, I had a can of chicken gravy I heated up and poured on after they cooked. very easy I just rolled them up. Served with rice pilaf and broccoli.
Really good... just finished them!

- Sauce got quite thick in saucepan, so after baking crescents for about 15 minutes I just put big dollops on top of each.
- I used 2 cans of Jumbo crescents (total of 8) and I put probably at least 2 tbsp of filling in each.
- No sauce on the bottom of the pan, only non-stick spray. Somehow I got crescents for once that I didn't burn!
- Also used canned chicken, and a cheddar/mozza mixture.
- The first plate I fixed with my BF's dinner, I made him try, and it seemed a big too gooey for me (but he loved it), so I popped the rest in the oven for about 5 minutes more.

I can't wait to try it with different fixin's inside!
No wonder these are so highly rated, they are delicious. My hubby is very stingy when it comes to handing out 5 stars but he said to definitely give this recipe all 5. I used Swiss cheese and added a little bit of bacon to the filling just because I had some to use up. I'm not a big onion fan so I used 1/4 tsp. onion powder in place of the onion. I like the idea another reviewer had of adding some spinach and will try that next time. I had plenty of filling and I used a lot more than 1 Tbls. per roll. I even had enough leftover that I'm eating it on crackers today for lunch. Thanks so much, Kittencal, for this scrumptious recipe that I know I'll be making again!
Not sure I want to try this, looks good but based on so many reviewers that changed the recipe and then rated it, it's quite hard to tell. THERE IS A TAB RIGHT NEXT TO THE REVIEW TAB FOR &quot;TWEAKS&quot;....if youve changed something then use that section to tell us about it. Please stop reviewing recipes you havent actually tried! If you've created a new recipe that tastes good, please call it something else and post it as your own instead of rating a recipe you havent made!
Whenever I see your name, I just know it's going to be excellent. Easy and delicious. Thanks. Oh, I just poured the "sauce" over the top and they were not soggy, I used jumbo rolls too. NUMMY! :o) Edit: I don't heat up the soup mixture before I pour on top, maybe that's why mine doesn't come out soggy??? Making this again tonight! :o)
This is ok, BUT the crescent rolls make it too sweet. Next time I am going to use biscuits instead. Nobody in my house liked it except me, because of the sweet flavor.
WOW! This dish was fantastic!!!! I actually had enough chicken mix to fill 2 cans' worth of crescent rolls. So good!!!!!!

Kay
So I made these tonight, for dinner tomorrow (my family and I are going on a trip and wanted something from home to eat). I tried one, and they are WONDERFUL!! Thanks Kittencal for another awesome recipe that tastes GREAT! :)
Delicious! The whole family loved it. DH took one bite and said, "MMMMMM!" :) I read the reviews and took the advice of those who added the sauce midway through the baking. I also sauteed the onions a little before adding and also added a handful of chopped spinach. I used swiss cheese and also sprinkled an additional bit of parmsan on top. VERY good and will definitely make again, may try some variations. Thanks!
Very tasty! I added chopped spinach to the filling. Will definately make again. My husband and son enjoyed it a lot. Thanks so much for posting!
I feel the filling was too rich and didn't like the crunchiness of the onions. I think I over did it on the garlic. I like the concept of doing a filling and rolling it up with a crescent roll. Maybe next time I will use onion powder, easy on the garlic and add more chicken and use condensed chicken soup. Easy on the cheese...
The first bite... we we not happy..... second bite... well. yes. I can eat this... third bite.. yes.. we like it. It&#039;s a good concept.... it needs veggies... and some other flavor..... it was a little too &#039;processed&#039; if that&#039;s a flavor..... I know &#039;processed&#039; is not a flavor.. but some of you will know what I mean.
I didn't eat any of this but my mom and dad seemed to like it. It looked and smelled heavenly! I also found that there would have been enough chicken mixture to fill 2 cans of dough... but I only bought one.... so my mom ate the rest of it in a sandwich, by the way, she said it was yummy... Thanx so much for this easy yummy recipe
All I heard from my family was YUUUUUUMMMMMMY! This was very good and will be a keeper in my recipe box.
ok
This recipe is excellent!! Yummmm. I followed the recipe exactly other than adding garlic powder to the filling and paprika to the top as someone else suggested... also sdid not put the sauce on the bottom...it was perfect. I did have a lot of extra filling though - so next time I will double the crescent roll amount or try to find bigger crescent rolls. Thanks for the recipe - this will be a permanent meal around my house!
This is a delicious recipe, thank you for sharing! :)
Delicious! Made a few changes. I omitted the butter and the salt and the dish still came out a little on the salty side. I also cut down the amount of cheese as it was too much cheese for my liking. Also baked with only a little of the sauce drizzled overtop. Great recipe. TFS
Wow... yummy! And so easy to make. Thanks Kittencal!
Rave reviews from the family! My husband actually said this is the best recipe I have made from Recipezaar and that it will be hard to top. I used reduced fat crescent rolls and lower fat cream cheese. I didn't cook them in the sauce (we like our crescent rolls crispy) and served the sauce on the side. We will probably leave the sauce out next time, as the rolls were delicious by themselves. Thanks so much!
Hi Kittencal
 My wife and i tried this recipe
tonight and we bothed loved it. This one gets five stars from us.
We'll be sure to try it again.
 Thanks Gary
This is so so so yummy! I wish it was a bit healthier... or at least less fattening! I made it exactley as the recipe goes and everyone loved it! We ended up making it again 4 days later!! I first made it with green onions, and with white onions the second time around... I have to say we liked it better with the green onions but both ways were delicious! I reccomend not pouring sauce on the bottom of the baking dish, just over the top! & I only had to bake this for 20-25 minutes! Will be adding this to my favorites collection! Thanks for another great recipe!
loved it! I should have doubled recipe. Its nice to get new chicken recipes.
A great recipe! I used 4 jumbo crescent rolls and all of the mixture divided between them when I made this. However, I will not add salt next time (maybe my cheese was salty?) and I will use Swiss cheese for filling and sauce.
AWESOME!! I followed the directions except I cooked the rolls with filling in over about 15 minutes without the sauce on them to crisp them and then another 10-15 minutes with the sauce - PERFECT!!
Wow this was great! I made this as another reviewer had suggested and laid out one roll of crescents on the bottom and one on the top, then I poured all of the soup mixture on top. It came out wonderful and creamy, and all three of my kids (ages 12, 9, and 6) gave it five stars...except my 6 year old who wanted to give it 100 million! :)
This one is a pleaser. My husband and children all loved this. I had no issues with sogginess like some of the other commenters - it was simply perfect as written.
My family absolutely loved this! However, I did make a few changes... I used a little over 1 lb of cooked ground chicken and instead of using whipping cream I used whipped cream because I misread the recipe. (ha ha ha) However, the sweet undertones made it really delicious! (according to the family) Plus, I finally got my 18month old to eat chicken!!
Wow! This is great! I followed the recipe almost exactly. The only thing I changed was leaving out the nasty onion and it was perfect! I consider myself new to the kitchen, but since I'm getting married in 3 days, I decided it was time to learn to cook. So anyone can make this and I will certainly be making it again. :-)
Yet another AMAZING RECIPE! Kittencal, everything I've tried of yours is simply GREAT! Yet another winner
I made this my own way but I can tell it would still be 5 stars. I used jalapeno cream cheese because we like spicy and because that&#039;s what I had on hand. Since I used jalapeno cream cheese I also used some cayenne pepper. I baked these without sauce and the added the sauce after. Made these nice and crispy and we could control the amount of sauce we wanted. Thanks Kitten!
Hi Kit,

Once again you have create a wonderful dish. We really liked the flavor, however next time I will not pour the sauce mixture over the top of the crescent rolls. I would prefer to have the rolls browned on the top. I'm going to try baking it and adding the cheese at the end of the baking cycle. Overall we really did enjoy this dish. My 10yr old son gave it 2 thumbs up.
Oh so good!

I will be making this lots!
I wasn't crazy about the sauce that went over these, but the filling is fantastic!! I am going to make these again with only shredded cheese sprinkled over the top.
Another 5 star recipe from you, Kittencal. I made these last night using turkey. I got a little carried away with the food processor and the turkey was ground up- not in chunks, but it didn't matter. I used onion-chive cream cheese and cheddar cheese and 1% milk. I baked them in the oven and poured the sauce over them when they were golden brown.
The remaining rolls went in the freezer along with a container of the sauce.
I served these rolls with a green salad, snap peas and cranberry sauce.
This is a recipe that I will be serving company, not just to my husband and myself, it's that good!
Mmmmm.....this is such a great idea. I'm looking forward to making it again and mixing it up a little. I brought the leftovers to work to reheat for lunch and they were just as good. Thanks so much for posting!
This was supper tonight and we can barely get up from the table. Absolutely outstanding!
Another winner from Kittencal! I have yet to try one of her recipes that wasn't drop dead fabulous. I'm really glad that I tried these! The cream cheese - spring onion filling is scrumptiously good!
YUMMMMMY, is the only word my family and self could say when we ate these. Thanks for a wonderful recipe!
Great meal on a cool day. Made the sauce on the side because of the kids. My 5 year old ate 2 rolls in less than 10 minutes - and usually he takes a good 45 minutes at least for a meal, so he must have really liked it!!
Yummy comfort dish that is filling but not to heavy. I shredded my chicken as i thought it would be easier to work with ( i let cook,shred in dutch oven first). I too used very little soup on the bottom of the pan. I LOVE that it makes alot. You can 1/2 it or keep all, but its a great size to have your family over for a wonderful comforting dish.
Excellent comfort food. Think I could use low-fat items and really not sacrifice taste at all. I added 1/2 cup of frozen corn and peas - thawed in warm water and drained - for more of a chicken pot pie taste. I just drizzled the sauce over the top of the rolls.
What a unique recipe! I also used the large crescent rolls as previously suggested and they worked perfectly. Other substitutions included fat free mayo for the whipping cream, fat free cream cheese for regular cream cheese, canned fat free chunk chicken for cooked chicken breasts, sharp cheddar cheese vs. mild for the filling, and pepper jack cheese in lieu of cheddar rolled up in the crescent. Excelent recipe!
I planned on making this last night for me and by BF when my friend’s daughter called and said she was coming over. Since she is vegetarian I made two different dishes; one with the chicken mixture (with chopped fresh spinach) and the other with spinach, onion and broccoli (using Cream of Mushroom Soup). After reading all the reviews I only put a small amount of the cream mixture in the bottom of the baking dish and I used the jumbo crescent rolls. The chicken mixture was easy to pour but the Cream of Mushroom was too thick to pour….so I added some Fat Free Half and Half to the baking dish. They were not soggy at all and both cooked perfectly. Also, all the mixture fit into the jumbo rolls! OMG were these the bomb!!! My friend’s daughter said she is going to eat them everyday and that it was the best thing she had ever eaten. She begged me to show her how to make them and took the leftovers home. This was definitely a hit at my house!********
Amazing! Everyone loved it. I used the cream cheese with onion and chives. This one went straight to the keeper file.
Thanks Kittencal!!
Amazing, delicious dish. Every time I make this the kids all gobble it up and ask for more. When I have prepared it for entertaining, I always get asked for the recipe by everyone I serve it to. Kittencal, your recipes are the very best.
These turned out wonderful, and they look wonderful too.
I made a double batch, and added spinach and broccoli. I also rolled the cheese inside the roll instead of putting it in the soup mixture. Thanks for the recipe as really good recipes are hard to find.
My family devoured these crescent rolls! While this type of recipe is not my cup of tea, I still thought it was very good. I made this more for my family than myself anyway and they are so happy you posted this recipe. (My husband ate 4 of them by himself!) They are reminiscent of chicken pot pie in flavor and are very rich and filling. I gave this 5 stars for my family, and 4.5 for me for just a few reasons. The first is because I had a TON of filling leftover. This is not a big problem since I added a little curry powder, garlic powder, mayo, dijon mustard and almonds to it and made an out-of-this-world chicken salad. Second, the soup/cream mixture is pretty thick so I had to spoon it over the rolls instead of drizzling it. Neither a big problem! When I make this next time (and there will definitely be a next time!) I think I will half the filling recipe and add some chopped broccoli or spinach for me. Thanks for a wonderful recipe!
WOW! That was one amazing dinner! I substituted with cream of mushroom soup and used two packages of the crescent rolls. I just put the sauce on the top and it turned out absolutely divine. DH LOVED this! Thanks so much for a wonderful recipe!
The first day I thougt it was too heavy, but the leftover the next day were fabulous. I think I might have picked at it too much when cooking it and I was just too full.
This was good, but I didn&#039;t like how heavy and rich it was and I didn&#039;t even add all the cheese. I had cheddar cheese soup instead of cream of chicken and omited the cheese that was to be added with the soup. I too waited to put the soup on until the 10 or so minutes of baking. I would play around with this recipe some more to make it lighter.&lt;br/&gt;UPDATE: I added mixed veggies to the sauce and did not add cheese to the chicken filling. We enjoyed these much more this time.
I have been waiting to make this recipe for a long time! I doubled the recipe and coated my chicken with bread crumbs before cooking the chicken. Like others, I used the garlic and herb cream cheese and added fresh diced garlic to the filling. The sauce is not to be skipped - it is delicious! I read through the reviews, but found that you had incorporated some of the suggestions and there was no need to read all 313 reviews. This is a divine recipe! Thank you for another wonderful Kitten meal!
These were GREAT!! My very picky husband LOVED them...he ate 3 and then ate another one out of the pan while I was cleaning up!! I have had my eye on these for a while...but thought they looked very difficult to make...but they were actually very easy!! I did use green onion...and I misread the recipe and only had one can of crescent rolls on hand...so I will add some dill and have chicken salad for lunch today! Also...I noted all of the reviewers notes that sometimes their end result was too soggy...so I just sprayed pam on the bottom of my casserole dish and drizzled the sauce on top...they baked to perfection...but I probably would have preferred just a bit more sauce!! Will coat with a little more in the future!! That being said...these were incredible...DH called a perfect chicken melt :) I served this with brown rice and asparagus...absolutely delicious!! Thanks Kittencal...you never disappoint!
Wow! We loved this recipe! I made with canned chicken and all reduced fat ingredients and it was still very rich and delicious. Also very easy to make the pieces ahead. I'm sure I will make again and again. Thanks for posting!
ABSOLUTELY DELICIOUS!! Yet another great recipe from Kittencal! You are definitely my go-to person when it comes to recipes. I just can't go wrong! Thanks for another delicious recipe, Kittencal! :)
I don't think that I really need to add my two cents here, but I will anyways :) This recipe was GREAT! There were only the jumbo crescent rolls at our grocery store, and you could only eat one because these were so filling! The only thing my husband suggested was to put some mixed veggies in the middle too because then it would be like a "wrapped up pot pie"! lol! I guess it would be an easy way to get more veggies into my daughter :) Thanks for another wonderful recipe! Definitely a keeper!
Kittencal, this a a really great recipe. Even the picky eaters (you know, the ones who eat with with their eyes), can't find anything to object to and eat it right up. It is also a good way to use those odds and ends of cheeses that always seem to be around. Thanks so much.
I didn't realize my second can of crescent rolls was expired and crumbling so with the remaining chicken mix and cream of chicken I cooked up some egg noodles and had a great topping to pasta. Both were a hit. Thanks for another great recipe!
The flavor was great, however the onions were still crunchy which is a major turn off for my family. I will leave them out and use onion powder next time. ***I also used puff pastry because we don't have crescent rolls here in South Africa. They didn't cook through. Next time I will bake them for awhile before topping with the sauce. This part did not change the rating!
Followed the recipe exactly - ended up with 12 rolls. They came out a little soggy but were still good. I'm not sure I'll make them again, though - they were good, just not quite what I was expecting. *EDIT 11/22/10* I had no intention of making these again but kept seeing all these glowing reviews for them so I gave them another shot. It's been 5 years since my initial review and I had not made them since. I still am not changing my original star review, however, I wanted to say that I halved the recipe this time, which worked very well. And, my 3 year old and 1 year old ate them happily. Enough said - I'll make them again just because of that!
This was so tasty and talk about easy to make. My family loved it. A perfect comfort food. I haven't felt well this week and nothing has tasted good. This tasted great--rich and creamy and comforting. Thanks.
Oh my goodness, can't believe I forgot to review this, wow, Kitten, these are fab! Such GREAT classic comfort food. Made for neighbors and they all raved and making again for my DH's family-24 of us and I know they will all heartily enjoy! I'm going to add hot sauce to give them a little kick, but wouldn't change a thing otherwise. Thanks Kitten!
I was disappointed - this sounded so good in theory! Only 1 of the 4 of us (my 10 y/o daughter) liked them enough to eat more than one. But she REALLY liked them, so maybe that helps make up for it.
Another winner with the family! Somehow I wound up with a bunch of extra filling...I may have used a little too much chicken! But it will double great as a chicken salad spread for my husband's lunch tomorrow. I pinched all of edges of the rolls shut, so they were more of a square shape when finished, but still incredibly delicious! I followed Kittencal's directions exactly, including with a little of the soup mixture on the bottom and the rest on top - but I let it cool before doing any of that. They came out perfect, not soggy at all! Thank you KC!
These are fantastic!! Pure comfort food. I sprinkled with paprika to give them a little color and chose swiss cheese. To die for! I think that the average serving would be at LEAST 2 rolls per person, making the total servings at 4 instead of 6. I agree with the other reviewers that the recipe should have called for 2 packages of crescent rolls based on the amount of chicken stuffing. I didn't have a problem with the extra chicken however, since I added a little dill and put it on some lettuce leaves for my lunch for the next day. Delicious! Thanks, Kittencal. I'll be making this often.
When my DH took a bite of this, oh my! Needless to say, this is his new favorite, and mine, too. Thanks so much for posting.
I have a different version of this recipe that I have been making for a couple of years. I must admit, yours taste better (sigh, much better). So, I will be using your recipe instead of mine from now on.:)
I was excited to try this recipe after all the positive reviews, but the flavors turned out processed and artificial instead of like the home-baked comfort food I had hoped it would be. It tastes like if you dunked an onion-flavored donut into cheese sauce. I didn't think the cream of chicken soup and cheese base tasted good with the sweetness of the Pillsbury crescent rolls, and the chicken/onion/cream cheese filling was a little strong. I felt heavy & unhealthy after eating this. It does bake up beautifully, however, just like the photos! My husband said it was good, though!
I use this recipe all the time. It's great for a big group or just when you want leftovers. For the sauce I alternate between cream of chicken and cream of mushroom, normally going with the mushroom soup (and if I need a REALLY big dish, I double the recipe and use one can of each). I also generally ad sliced mushrooms to the sauce since my family loves mushrooms. I also add garlic to the filling along with whatever cheese I happen to have on hand, and if I have extra filling, I just put it around the crescent rolls in the dish. I always put all the sauce on the top and it turns out great! Thanks for another great recipe Kittencal!
When I need something super-good, I always check out what Kittencal has cooking. This didn't disappoint. I served it with fresh-from-the-garden green beans and yummy peach cobbler. It was a perfect lunch combo. The filling was a snap in my food processor (although next time I'll add the chicken last. It was..ahem..VERY finely chopped!). Also, go easy on the salt for the filling. By the time you get the soup on top, it's plenty salty--I almost oversalted it. Another awesome Kittencal recipe!
This recipe was not difficult to make and was certainly delicious to eat. I suggest that you plan the quantity needed around at least 2 rolls per person. I found that the men in the house will eat at least 3 they are so good. I spaced the rolls out in the pan and poured the leftover sauce and meat mixture inbetween the rolls. We will definitely have this recipe again.
This is a yummy recipe, although it has quite a number of steps and takes a bit to make. I added two small cans of sliced mushrooms, and I also seasoned the filling with about 1/4 teaspoon of garlic powder. The mushrooms added a nice consistency to the chicken and cream chease filling. I also used 1/4 cup chopped green onion, and a 1/4 cup chopped yellow onion. Kittencal, thanks for this great recipe.
I liked this but the rest of the family didn't. I made the sauce but only put some on the top and didn't put any on the bottom of the pan. I did use the garlic but only 1/2 teaspoon and the rest of my family said that was all they could taste. I did omit the seasoning salt and only used 1/2 cup of cheese in the filling. It was something different. I also had to cook mine for 50 minutes to get the dough cooked.
This was good, but given how fattening this is, I thought it should have been even better. Part of the problem was me... I'm not a huge fan of the crescent rolls... they are a touch too sweet for me. I probably would have preferred this with pizza dough...
Simple to make - and it makes a lot! I buttered the bottom and sides of the dish then added the turkey stuffed rolls, and spooned cheese/soup sauce over the top. Absolutely fantastic and our new favorite way to use up leftover turkey! Mmm mmm mmm! Thanks for sharing! (I so can't wait for lunch tomorrow)
So good - fast - and easy - making it again this week - will be put in regular rotation... thanks so much!!!
I made this last night, and my husband and kids loved it! I did saute the onions before adding them because my husband don't like crunchy onions. I only added a little of the soup mixture before baking and then I served the soup mixture on the side. This will definitely be added to my rotation.
Hi Carol....Again, this was another winner in our family....I only used half of the sauce mixture as recommended and it was perfect....I used the jumbo cresents which I was glad that I did so that I could fit more of the chicken mixture in them....I added red pepper and really was surprised you didnt as well...Off to the next one...I have to add that you have never dissapointed me in any of your recipes so far and you know I make a lot of them....Thanks, Sharon in TN
This was a very good casserole. I did use the chive and onion cream cheese. It was wonderful. I put all the cream of chicken mixture on the top. Was not soggy this way. My family is already wanting this again. Thanks for posting this recipe.
DH loved this. I used left over roast chicken. I added sauteed mushrooms,and I sauteed the onion with it. I added the sauce for 5min at the end. I had a little extra filling so I filled a small tortilla, smothered with sauce and cheese and baked it. That was really good too. Thanks for a great recipe.
This was good, thank you!
This was very delicious. I wish I would have read the reviews because I doubled this recipe and it was way to much. I definately agree that 2 cans of crescent rolls would be perfect for the amount of the chicken recipe. I did notice that my crescent rolls seemed doughy, which is probably because so much of the sauce on them. So I will definately make it again only doubling the crescent rolls this time. Thanks!
Family liked, thanks!
Kittencal - this is such a great recipe! I've been wanting to make it ever since I discovered it several months ago... Tonight, I decided I'd try it out for dinner, but I wanted a spicier taste. I usually follow the recipe exactly the first go-round, but did not this time. I used a store bought rotisserie chicken breast, and (as always) I hand shredded the meat. I mixed the meat with some taco seasoning, and then mixed it with cream cheese, butter, garlic powder, shredded cheddar cheese, about 3 tablespoons of mayonnaise, and about the same of salsa. I rolled the mixture up in the crescent rolls and baked them in a greased dish sans any sauce. I did serve some salsa with peach preserves mixed in on the side. The taste was right on the spot!! I made a total of 6 bundles and my DH and I ate 3 on spot, two are packed for his lunch tomorrow, and one is packed for mine. I think that the next time, I will try the original version. Thanks for giving me inspiration for another dinner night! :)
Made this tonight for supper from our leftover turkey breast. It was delicious! Thanks Kitten. Melissa
This is very good. Adding curry & garlic, salt & pepper to the cream cheese mixture takes this to the next level.
I liked this recipe OK--my DH hated it. I think the recipe would be better as maybe an appetizer (the filling is tasty) without the sauce (makes them soggy)or maybe on the side for dipping.
Very good. I made this recipe using skim milk to cut down on the fat and used light cream cheese and smart balance margarine. It was so good; you couldn't tell. My husband actually made the comment that this must be really bad for you because it was so good and assumed it was full of fat(he has high cholesterol). I left out the onions as I don't like them and only used a tiny bit of cheese for the topping. It was delicious the way I made it I assure you. I served it with fresh steamed broccoli for a super meal. My 4 year old who NEVER cleans his plate did so I thank you for that!!! Thanks for a great recipe!
This is a good heavy dish that went together quickly.I followed exactly but added spinach to the chicken mixture.
Made this tonight for the family. They absolutely loved it, but it was too salty. Next time, I think I will cut out any salt, the cheese adds enough salt for our tastes. Also, I cooked it for 35 mins and it was just perfect! I did not find it soggy at all.
Wonderful. Tasted like chicken pot pie. The grandkids ate like they were starving. We will be having this one again. Thanks.
Let me add my 5-star rating to the 165 so far. This is a fantastic recipe. I've made it twice now. First time, I follow the instructions above--it was great. This weekend I changed a few things--it was different, but still great. I made a double recipe using one can of cream of mushroom in place of the chicken. I boiled the chicken in a crab boil. diced it up and seasoned it with Tony's Cajun seasoning. I added chopped, canned chilis to the chicken. I used grated peper jack cheese for the sauce, and topped it all with grated sharp cheddar. Finally, I had more filling than I had dough for so I sprinkled it around in the gaps between each wrap then poured the sauce over it. I recommend not putting the sauce in first. Just butter the dish and lay them in there. Spoon the sauce around, with none on top of the wraps so they get nice and brown. The wife loved it.
I just made this recipe tonight. My husband and I really enjoyed it. I do find that the crescent rolls are a tad bit sweet; maybe puff pastry would work better. I made it exactly as written with perhaps just a bit less cheddar cheese and none on top. My crust was not soggy at all!
Very simple and tasty!
I made this for dinner yesterday and it went over very well with my family. I didn't make any changes and I did like it. However, I think the next time I make it, I will make it in a ring shape and try and incorporate some Dijon mustard in the chicken mixture, and maybe some relish as well. Some thing with tang to mix well with the creaminess, lol. All in all, a wonderful recipe, thank you for sharing!
Simple and delicious. I added a bit of chopped broccoli to my leftover turkey. I also added in a bit of leftover gravy in with the soup for the sauce. (I used cream of celery soup.) The sauce just barely covered the rolls, and I was concerned it might be dry, but once it was cooked, the amount was just right.
I did not have the crescent rolls but used my own bread dough (rye) to make this delicious rolls!!!!<br/>Cold the next day they taste good too!!!
I knew this was a winner when my fiance said "Definite 5 stars!!" before I even tasted it (and he's the picky one!)! I scaled this recipe down to 4 servings, and it somehow left me with too much filling. But I ate on that while I was waiting for the dish to bake!! This also would be good with a chicken pot pie filling, if you do not want "cheesy". Thanks!!
Loved it! My other half thought too much onion, so I'll use the green onion next time as you suggested to cut back on the potency. He just can't take much, no fault to the recipe, which I thought was absolutely perfect. This will be a new staple in our house. Thanks for another great one, Kittencal!
These were really good!! After reading all the reviews I had an idea of what to do and what not to do and they turned out perfect. I had two cans of crescent rolls on hand, since everyone said how much this makes, but after tasting the chicken mixture, I decided to only use the one can and save the leftover chicken to use tomorrow either on a bed of lettuce or as sandwiches.....it's delicious!! I didn't put any sauce on the bottom of the baking pan, instead I greased the pan with some butter. To the soup mixture I added a sprinkle of cayenne and to the chicken mixture I also added a few sprinkles of cayenne and used scallion instead of onion. Other than those changes, I followed the recipe as written, using swiss cheese. We both enjoyed this very much and I know I'll be making this again.
This casserole was sooo wonderful. I just pieced apart chicken thighs for the stuffing of the rolls, which was delish! I used all the leftover sauce, which I found to be just the right amount, and I topped with cheese. Yet again, amazing! Thank you sooo much!
Wow! This is completely amazing! My picky husband devoured it! Thanks!
This recipe was ok, but I had garlic butter cresent rolls in the house and used those instead. Totally made the recipe very overwhelmed with garlic, but otherwise a great way to make a very inexensive meal!
I will just add to the fun here! These are quite wonderful and possibly one of my favorite foods. Love Love Love them!!
fantastic! i've had this saved forever and finally got around to making it! this is a great make ahead dish, which i love! the only changes i made were to add minced garlic, serrano peppers and fresh parsley to the filling, and i used leftover rotisserie chicken. i decided to just bake the crescents and drizzle the sauce on as i served it and served with more sauce on the side. oh and i did play around with the sauce a bit, adding garlic powder, lots of black pepper and fresh parsley. next time i will try the jumbo crescents and bake the rolls in the sauce as written. thanks for another keeper carol!!! the flavors are really outstanding. bravo!
These were pretty good. I made a half recipe. They had a slightly artificial taste, so if I were to make again, might just saute some fresh garlic with the onion instead of using powder. Was good for lunch served with fresh green beans.
This dish was too gooey for my taste. Next time I'll make the sauce separate as a gravy. Also, too much onion. Will add more veggies such as peas, celery, potatoes, and carrots. It may turn out like a pot pie of sorts.
Yummy! Yummy! Yummy! Excellent Comfort food. We all loved it. Thanks.
Jen
This is a great recipe. I incorporated mushrooms & spinach in mine by sautÃ©ing the chicken, mushrooms & spinach in pepper, seasoning salt, and cayenne pepper. I waited until plating the food to add the sauce. Even my daughter that dislikes mushrooms & spinach ate several croissants.
DELICIOUS! You have got to try this. The only thing I changed was just to put the cheese sauce mixture over the top instead of both on the bottom and on top. I didnt have a problem with sogginess at all. It turned out great! This is a keeper!
Having finally made this recipe after wanting to for some time, I'm sorry to say that it was a disappointment for me. I didn't care for the way the crescent rolls cooked in the sauce at all. I didn't have chicken, but I enjoyed the filling without it. I tried adding salmon to half and liked that as well. For me, the problem is strictly that baking the sauce is not a good combo with the rolls. I'm going to make it again but drizzle some of the sauce over the top after baking or use no sauce at all.
Made this yesterday for dinner. It is excellent. I used poached chicken breasts, low fat cheese, low fat cream cheese, and fat-free half and half. The taste is awesome. You must try this one.
This recipe was amazing. When I was making it I thought oh boy my middle child will not eat this but I was shocked, she loved it along with the rest of the family so it is a keeper for sure. Next time I make them I might try slipping some spinach in them. Thanks for posting.
Yummy dish but I didn't bake the rolls in the sauce. Rather, I stuffed the crescent rolls with chicken and baked. After they were done I mixed together the sauce ingredients, heated in the microwave, and poured one tbsp over each roll. It was just enough sauce to make them creamy and delicious!
This is a very good recipe and worth holding on to! I used shredded mozzarella, but think next time I will use the cheddar as it will provide more flavor. I also think that the next time I make this recipe that I will put all the sauce over the crescent rolls because even though I baked for a longer period of time, some of the rolls still came out doughy on the bottom. The flavor was wonderful! I can see this chicken filling used with phyllo-pastry cups, using the same sauce. This would prevent the doughiness I experienced. I will definitely make this recipe again! Thanks, Kittencal!
These were a little bland and the rolls were soggy on the bottom. In fact, the bottom tasted almost like it was not fully cooked. Will probably not fix again.
We loved this! We forgot about it because we forgot to rate it, but when we were putting together a cookbook for family, we wanted to include this and found it. Thanks for posting!
I could eat this every day. Loved this mixture of flavors.I love crescent rolls, so anything hosting those is right up my alley.
I made one for us and one for a friend who was recovering from surgery. It was a hit all the way around....Thanks Kittencal.
I make a chicken crescent roll recipe and decided to try this one out. I was not disappointed. I loved the creamcheese to the chicken, loved the flavor. I used green onions instead of the yellow. Thanks for a delicious fast recipe, KITTENCAL
I'm not sure what I did wrong but after 30 minutes at 325 degress my crescent rolls were nowhere near cooked. I couldn't eat it. I popped it back in the oven at 375 for another 12 mintues and they came out beautifully. After that I had two servings. It does have great flavor, and was creamy and delicious as promised. Using chicken cooked and chopped on Saturday made for a very fast Sunday dinner. I used 12 crescents and still had extra chicken. I stirred it into the cheese sauce and poured it over the top. It will be a keeper - but it will cooked at a higher temp. Thanks!
I made these last night and we really loved them, I baked them about 20 minutes then added the sauce and cheese and baked the rest of the time, they had a nice texture and very tasty. Thank you.
Oh WOW! This was a great recipe, and so easy! My husband and son thought is was great and the cresent rolls make this recipe over the top!!!! We Loved it!!
I made two rectangles out of the crescent rolls. I put the chicken on the bottom rectangle and topped it with the second triangle and sealed the edges, then cooked. They tasted great and was less work.
really good. I didn't put any sauce on the bottom and had no problem with them being soggy. Thank you.
This was yummy, delicious and RICH!
Tasted better the next day and family loved it.
I used a big pyrex dish and scattered the extra chicken around it.
It wasn't soggy at all.

Wow Kittencal I really seem to enjoy your recipes I've made quite of few.This was really good.I followed advice not to put soup on bottom of pan and It was perfect.I think I also used too much garlic powder but no big deal.Another great recipe thank you
I forgot to review these! I made several changes but the overall idea was great! I did not put any sauce on the bottom of the pan to start with. Also I had to up the temp quite a bit to make these work. I started at 325 and not much was happening, then up to 350 and I cranked it up a little more at the end to brown it a bit better. Next time I'm going to start at 350 and see what happens. The filling was yummy but I like more seasoning so I added a little salt, pepper, and some garlic. WAY YUMMY! I also had a hard time forming them into rolls and wanted more filling in each SO I rolled out one whole square a little bit pressing the perferations together and was able to get a good amount in and then I wrapped it up a bit like a turnover.
Thank you for a very yummy dinner Kitten.
I made the cream of soup to lower the salt. These hit every taste bud on my tongue. We loved them!
This was delicious - right up my alley with all of the cheese!! I used two 10 oz cans of white chunk chicken, 2 cans of crescent rolls, and more cheese with the soup and on top of the rolls than suggested. I also used some spices in the chicken mixture. I loved this and so did my husband!!
Very good, my 6 yr old especially liked it. I did use skim milk instead of cream as well as light cream cheese and mayo. It still turned out tasty!
This was very rich and very tasty. The filling filled way more than 8 crescent rolls. This is my husband's favorite new dish! Thanks.
These were lovely crescent rolls. I took the suggestion of others and just added the sauce when they were plated. I added a bit of white wine to the soup mixture.
This was a fast, easy and tasty recipe. I used cheddar cheese instead of swiss. Watch out - 18% cream is Half and Half...I didn't read it carefully b/f I went shopping and bought Heavy Cream - but had whipping cream at home and used that instead. I didn't cook with the sauce in the pan so the pastry got crisp and we just drizzed over our rolls right before we devoured them. I would definitely make again!
FINALLY got to try this highly reviewed recipe and was NOT let down. My husband devoured it, my 6 year old Grandson did the same and asked "How'd you make this so good". I had leftover chicken so next time will get another package of Cresent Rolls, or freeze the leftover meat for later. Thanks for sharing this absolutely delicious, easy recipe.
Wow! We wholeheartedly concur that this recipe is amazing. I had leftover roast chicken meat and this casserole fit the bill perfectly. Both DH and I agree this is a definite keeper!
I substituted Cheddar Cheese soup. I shredded my chicken so that I would use up most of my 1# chicken tenders. The leftover meat was added to the soup mixture.
Even though I only added the soup on top I noticed the bottoms were not brown enough. So check to make sure they are baked to golden brown.
With this many positive reviews it pretty much goes without saying, but this is fantastic. I omitted the sauce in the bottom of the dish to avoid sogginess. I did drizzle it over the top before baking and the crescent rolls still came out golden brown and crisped perfectly. The only negative comment was that the onions didn't really cook through; it didn't bother me but I think next time I'll sautee them first and maybe add some hot sauce just to cut the richness a bit. Cooked in 30 mins as stated. Will defintiely make again (and again and again).
I made this recipe when my family were visiting from out of state. They all requested the recipe. I wanted to have several dishes in the freezer ready to pop in the oven while they were here. This froze very well. I highly recommend this dish and my entire family agrees with me.
These were delicious! I've made them 3 times now and I like to bake the crescents for about 10 minutes before drizzling a little of the sauce and cheese over the top, thanks for another great recipe and helpful tips, Kittencal!!
just tried the recipe...DELICIOUS!!!!
topped the soup over the crescents after they were done, and everyone absolutely loved it!!!!
This was a easy, quick meal. I added broccoli and didn't use any butter in the filling. I Added a little more mayo instead. I too used the sauce as topper before serving it.
This was delicious - my whole family loved it. I made it just as posted except used and additional can of crescent rolls as I found I had quite a bit of filling. I am going to try this again using swiss cheese and addtion some chopped spinach as well. Thanks for a great and easy recipe!
These were excellent! I was a little skeptical because there isn't much to them, but then I realized it is a Kittencal recipe! They were excellent!!!! I buttered the bottom with no sauce, added the sauce after 15 minutes of cooking. Came out awesome!!!
Kitten, you have done it again!! This recipe was enjoyed by all at our house. I made as writen with the exception of baking without the sauce. I wanted to avoid some of the 'soggy' that other reviewers had commented about. Instead I made the sauce and poured a bit over rolls before they were served. I also think that these would be great cold for a picnic, or for back to school lunches. Thank you so much for sharing!
My family who are particular eaters loved this! I used low fat cheese, cream cheese & crescent rolls & non-fat milk. I did use regular soup. I had 2c of chopped chicken from baked chicken I had bought @ the grocery store. I thought the dish a tad salty but that may be me. Next time, I will not add the add'l salt. I also used 1/4 cup of cheese for the sauce. I also probably only used 3/4 of a cup of cheese on the top. I grated an 8 oz block of cheese & had left overs. <br/><br/>I will make it again but as there are only 3 of us, I will use 1 can of rolls & do the filling & sauce for the rest. I will put mine on a baked potato as filling. I figure that there is more nutritional bang for my buck that way. :)<br/><br/>Thanks for posting this Kittencal! It is hard for me to find recipes that my family can agree on!
Just finished baking this dish....and it was fabulous!!! I use the extra large crescents which brown nicely and no soggy bottom, and yes, I used just a small amount on the bottom of the baking dish. After I put the filling ingredients together, I tasted it to be sure it was what I liked and it was!!!! Instead of using raw onions, I used minced. I think I'll add mushrooms and some pimento next time. I thinned out the sauce just a little and used the amount of cheese given... I may try adding white wine .....for the adult version!
I made this for my wife and kids tonight and they absolutly LOVED it!! Thanks again for a great meal, you are awesome!!
Does this recipe need another review? Here it goes anyways. They are wonderful. I used 2 cans of cresent rolls with the filling amount in the recipe. I greased a pan, put the filled cresent rolls on the pan and put about 1 Tlb. of sauce over each roll. When served, I put the rest of the sauce in a bowl, next to the rolls, in case someone wanted additional sauce.
My DH loved this! I made slight adjustments due to the other reviews which talked about soggy bottoms etc. I did as the poster suggested and only put a 'little' of the sauce under the bundles and dribbled only a small amount over their tops...just enough to cover. They looked beautiful when done. I loved the meat mixture so much that I think it would even be better if the bundles were baked without the sauce and the sauce was served only as a condiment to those who wanted it. (The sauce would be great over mashed potatoes.) I also made the amount inside the crescent like a giant sized walnut and and brought the pointed sides up and laid them near the top of the bundle. This made for quite large bundles and I only had a scant 1/2 cup of mixture left over as a result. Very tasty and I can imagine all kinds of wonderful snacks which could be centered around the meat/cheese mixture.
OMG..... I will definatly be making this a lot. My whole family just raved and raved. Thank you for a wonderful dinner.
I don't care what anybody says, this stuff is fantastic! I cut 'er back some cause there are only 2 of us, and shoot, we still had enough for an army! I did cheat a bit ... Used canned chicken, and since I don't get near "canned refrigerator nuttin'", I did what you did, and made rickie's crescent rolls ... Holy Cow, they really dolled up your chickie rolls, K! Fine recipe, Hon ... No doubt about it! Thanks for sharing another big winner from K's stash of great recipes! Love it! Laudee
We loved everything about these rolls! I will keep this recipe and make many times as it was loved by us all!
One of the few dishes I make that gets my boyfriend's enthusiastic stamp of approval. His only comment was that the cheese topping was too much, since the casserole is rich enough already. I should have followed the reviewer's suggestions of adding the sauce after baking, because I did find the top to be a little soggy. Boyfriend didn't comment on it, though.
absolutely delicious and good reheated, too!
Great recipe. I had lots of extra filling since I used 1 pkg of rolls. I just spooned it between the rolls and we loved it. This is a true comfort food.
We really loved the flavor of this but found the rolls to be a little to soggy for us. It's a texture thing for me. I made homemade cream of soup to lower the sodium and used ff half and half in place of the cream. I will use the filling again but might try something different for the roll part.
These are fantastic! I actually used all the crescent rolls and all the cheese sauce. Every time I make these I get rave reviews. Next time, I think I'm going to add either some broccoli or peas to the filling for some texture/nutrition. What a crowd pleaser!
I made this recipe using 1 can, used about 1/3 of the recipe for chicken. I used the "melt in your mouth chicken" recipe which was so delicous to begin with, shredded practically with a spoon. Then I kept all the other ingredients the same. I followed the advice of not putting the sauce on the bottom to avoid sogginess. The results were heavenly! I bragged so much about it, I have been asked to make this for a small family gathering and let me tell I am looking forward to getting compliments on this dish! Thank you so much for posting this recipe!
Well I just loved this recipe. After reading all the soggy bottom stories I decided to cook the rolls then add the soup mixture at the last few minutes and it worked wonderfully. I loved the chicken filling and I had to of course eat them all ( not at one sitting however...:o) )because of Curt's aversion to anyting containing cream cheese.. but that's okay.. more for me!!! Thanks KittenCal for a superb dish!
Excellent recipe! We loved it. I took another reviewer's advice and used chive cream cheese, and the filling was fantastic. There's even some filling leftover that we'll use for sandwiches. Thanks for another great recipe!
This was a delicious and comforting casserole! However, I made a few adjustments. I used cream of mushroom soup and turkey instead of the cream of chicken soup and chicken combo. Also, the lack of vegetables in this dish seemed crazy to me! So I threw in half a bag of frozen mixed veggies into the soup/cream mixture. I think without the veggies, the dish could have easily been way too rich and less healthy. Also, you can cut back on the shredded cheese without it making a big taste difference, which also makes it a little less heavy on the calories. All around great concept, and a recipe you can play around with to make it your own!
This is an excellent recipe! I made these rolls as a snack for my husband to eat he drives to work for night shift and they are perfect! I baked a batch and froze the remainder to just pop in the oven when needed. I added some crushed red pepper and a little bit of hot sauce since my husband loves a bit of a kick. I had a hard time rolling them though, but that's not the recipes fault but more so because instead of buying Pillsbury, my husband grabbed the generic store brand which had 8 in a roll, instead of 4. So, make sure you stick to Pillsbury don't cut corners with the dough in this recipe- its a pain. I ran out of butter so I just used the same amount of margarine, you can't even tell. I can't wait to try it with the sauce and extra cheese on top, because these are just scrumptious by themselves!
I really liked the taste of these chicken rolls but I think I'll make them a little differently next time. I think I'll bake the chicken-filled rolls first and serve them with the cream sauce. I thought they came out kind of soggy when you cooked them in the sauce. I used my food processor to combine the chicken, cream cheese and butter along with some garlic, salt and pepper which worked really well. Thanks for a great recipe!
Great Recipe! My picky husband loved it. I made it without the sauce and made a white sauce with tarragon to serve on the side. I used gouda cheese and added mushrooms to the chicken! Thanks!
I can't figure out why this recipe has so many good reviews. Really all you taste is just dough. It has no flavor. I followed recipe except I did take the advise of others and didn't put the sauce in the baking dish before the rolls. Very boring........sorry:(
After 30 minutes the crescent rolls weren't cooked; it took about 30 more minutes. The sauce just tasted like soup, so I can't say I cared for it. The chicken mixture is pretty good.
Good recipe but that was about it.Everyone ate but we found that probably would have been better if it was baked without the sauce poured on before putting it in the oven so the crescent rolls would have been crunchier. My family is big on texture so I think I will try again and put the sauce on after. THANKS!!!!!!!
This is an amazing dish and is sooooo simple to make. I have made it twice recently for two different groups and it is a huge hit. I tried cream of chicken soup on the first, cream of mushroom on the second... I prefer the cream of mushroom. I also added fresh mushrooms to the chicken mixture. This is a keeper!!!
Very delicious although a perhaps a little rich for my arteries. I reduced all the cream cheese down, grated cheese and mayonnaise down to just a 4oz of light cream cheese and used cut veggies instead of chicken. A very decadent recipe!
5 stars. What fabulous flavor these wonders have. I seen it was listed as one of the top recipes of 07 and so just had to try. It didn't disappoint. Followed the recipe exact except didn't put the soup mixture on the bottom of the dish. Sprayed it first to prevent sticking. Thanks for a great keeper Kitty~
This was very easy to make, but the taste was a little bland for me - I guess I prefer more spicy things. But it would be easy to spice it up, so if I make it again, I would add some red pepper and maybe some sage.
I really, really wanted to like this since I always love Kittencal's recipes. I am sorry to say it was just OK. I made this for a visiting relative and she said "This is lovely" (she's English so I think this means "so-so"). My husband was silent and did not have seconds. I made as directed but did not put sauce on the bottom. Even after 40 min. the bottoms of the rolls were not done. We ate it anyway as all the sides were ready. It's not that it tasted bad by any means, but with so much cheese, etc. it was hard to tell there was any chicken even though I used a bit more than called for. On the other hand, our one year old grandaughter loved it...
My family request it again and again!!! <br/>Thanks Kittencalskitchen!!!
Not that this needs yet another review... but wow! Loved this. I also added broccoli and used cream of mushroom soup, but otherwise I followed the recipe. (Except for fact that i'm allergic to measuring utensils of course) This was wonderful. Rich and cheesy and filling. Great recipe for leftover chicken. There was a ton of leftover bbq chicken I took home from a church function, froze it, thawed it out sometime later, and you'd never know. Thank you!
Time for a new review on this one as I have made it before. This is very good as we can see by the star rating. I made this a second time adding in leftovers of Kittencals Spinach Parmesian Rice Bake <a href="/96886">Kittencal's Spinach Parmesan Rice Bake</a>. This goes to show you that you can definetly experiment with your leftovers. It was great! Thank You Kittencal!
I doubled the batch and made 1/2 with chicken, using chive cream cheese, and 1/2 with a package of well-drained spinach and vegetable cream cheese. I used cream of chicken for the sauce on the chicken and cream of mushroom with herbs for the sauce on the spinach. I waited until the last 7 minutes to brush the sauce over. They turned out perfectly, nice and crisp and wonderful. Husband loved the chicken, teen girls loved the spinach, and small boys thought they were having "fun food." Thank you for the wonderful, family friendly recipe!
This was great and used only half the soup and put it on top.
My husband said this recipe ruined the ingredients. The crescent rolls turned out soggy. This would be better over english muffins. We also would saute the onions in garlic and add some mushrooms to give it more flavor. The filling tasted good as well and the sauce that went over them but the crescent rolls do not cook up in all the sauce and that makes this a bad combination. With some modifications this could be a good recipe but not with the crescent rolls and the sauce both cooked together.
Hope this helps someone.
Thanks,
Dawni
We really enjoyed this. The only changes I made were to leave out the onion (personal preference) and rather than stuffing and rolling the crescent rolls individually, I laid out one package as a bottom "crust," poured in the filling and then used the second package for a top "crust." Will definitely make it again!
Kittencal, I enjoyed this recipe so much, and my picky husband declared it a keeper. Fortunately this is a very forgiving recipe as I absentmindedly blended the butter (light by Land O Lakes) and cream cheese (neufchatel) together with the sauce ingredients (substituted thickened evaporated milk for the can of soup). I used about 1/4 c of the sauce to moisten the chicken/onion mixture, filled the rolls, then set them up to bake "naked" (i.e., no sauce in the baking dish) for about 10 minutes. I poured the rest of the sauce on top after that and the bottoms did not become soggy as other reviewers have observed-- perhaps the naked baking maneuver helped. In any case, this was a really satisfying meal, tasty served alongside roasted asparagus. Thanks for posting, Kittencal. :) P.S. rickie's "To Die for Crescent Rolls" #35267 were great in this.
Very delicious!
YeeeeeeeeHaaa another winner...I did use 2 tubes of rolls, there was plenty of filling & it made a great supper.....easy, taste fantastic & ressed up the leftover smoked/roast chicken I had....
Both my husband and I enjoyed this, but unfortunately none of the kids did. Because of that, and the fact it was a lot of work for me (I made my own crescent roll dough from scratch because we can't buy store bought here) I probably wouldn't make it again. I have a bit of the chicken filling mix left because I must have misjudged the amount in the centre of each roll, and I plan on using it in twice baked potatoes because I loved the flavour so much.
The filling was very tasty but the rolls were a bit soggy. I put them back into the oven for a few minutes but it didn't seem to help much.
This is great recipe!! We have eaten it several times. I do not put any sauce on the bottom and it has never come out soggy. Thanks!!
So I made this because I wanted to see what all the hype is about and....WOW!!! It's DELICIOUS and EASY!!! I wish I listened and made a double batch.I accidently skipped the onion and did not miss it. My DH scarfed it down and demanded I made this all the time. So I am officially part of this recipe's cult follower! Thank you, Kitten!!!!!
Kids said it was too cheesy for them.Next time I will just make a regular cream sauce to pour over.But EXCELLENt flavor with the cream cheese and chicken and crescents cooked golden, ours werent soggy even with sauce under!
I used the jumbo rolls and had to cook these about 20 minutes longer so they didn't get soggy. I had a decent amount of filling left, not really sure I put enough in each roll. My DH loved them. They were a bit to rich for me.
My boyfriend love this dish. I spiced it up just a tad by adding bacon bits to the milk, cream of chicken soup and cheese it gave it more flaor.
This doesn't need another review, but my whole family LOVES it! We usually make it as an appetizer then eat so much we don't want the main meal. I love your recipes and thanks for sharing.
these were just OK. I used 2 cans of cresents and STILL had filling leftover, so I just scattered it throughout the dish. Easy to make, but I don't think my family will ask for these again.
Awesome casserole made with chicken! Even my fussy DD ate this and told me how much she loved it! When I find something she likes I am so thrilled! I plan to enjoy this many times now that I tried it!
This was really good. My bf loved it even more.... I used the jumbo crescent rolls and he ate all but one of them. That says a lot to me. All the ingredients worked so well together. Thanks so much Kittencal!
We liked this recipe, but not enough to make again as directed. Next time I'd like to add some veggies, put the sauce INSIDE the roll, forget the soup mix, and add the cheese on top at the END to allow it to crisp first (as some others have stated, it's pretty soggy).
I'm reserving the stars for some more experimenting with the recipe.
Thanks for sharing!
Well, what more can be said about this recipe? Just a couple of things maybe LoL! I didn't add sauce on the bottom and baked it 10 min. more then suggested. My husband mmmmm'd his way thru the entire dinner. I believe if there hadn't been the 3 of us, he would have eaten half himself.:)
Would love to eat it again but not so much to make it again. It is not easy to roll the chicken cut up. There has to be an easier way. Maybe put in the middle of biscuits? It was a mess. Very tasty though
Kittencal, you never let me down! This was GREAT. OK, here is what I did, after reading almost ALL of the reviews.. I sauteed cubed chicken breast in olive oil, then added sliced green onions, cubed cream cheese, butter, about 1 1/2 cups drained chopped spinich,and a little swiss, and sharp cheddar cheese, to tie the flavor of the filling to the sauce. I let it all melt and get smooth, then removed it from the heat. I used the larger crescent rolls, (2 pkgs.) and I flattened them out, and shaped them into squares, by doing thaat I was able to put better than 1/4 cup of filling into each roll, and it actually made 8 large rolls. I took the extra dough, divided it up, and kind of placed it on top of each roll to make the dough thicker on top, (for a better crust) then baked in a pan (not touching each other) until the tops were nice and brown. I added the sauce just before serving, and let me tell you, they were DIVINE! My DH, (who is VERY picky) LOVED this. Sorry this was so long, but It just worked out so well, I wanted to share! FANTASTIC!
I made these for DH when he got home from his business trip, great comfort food! The recipe turned out perfect, thanks will be making this again.
Oh Kittencal, I think we're foodie twins. This was AGAIN such an amazing recipe. I made it as dinner one night and ended up only using one can of crescent rolls cause I bought the jumbo buttery ones (a very good idea). The next morning, my boyfriend decided to make it with a breakfast twist! He cooked breakfast sausage, and mixed in cheddar cheese and some eggs. He didn't cook the eggs all the way so when they went in the oven they didn't over cook. SO GOOD!
I got rave reviews. I was able to fill two cans of crescent rolls with the filling. I did not put any sauce on the bottom of the pan and I only put a small amount on top of the rolls. I placed sauce mostly around the rolls and sprinkled the cheese on top so the rolls would brown and not get soggy. They were very easy to make
I did not feel the "5-star" rating. This was OK--but not a bit stellar as I was led to believe. I don't think I will make this again.
This dish got rave reviews from the family tonight, along with requests to make it again soon. I admit I hesitated to try it because I'm typically not a fan of creamy cheesy meat dishes, but the picture looked so good, and the reviews helped convince me to try it. I'm so glad I did. I had left over chicken mixture after filling the crescent rolls, so I used a casserole that was a little too big, and filled the gaps between the crescent rolls with the extra chicken combined with frozen peas, then covered it all with the rest of the sauce and cheese. The peas worked very well, and it was a complete meal in one dish. Thanks so much for sharing this winner.
Yummy! I did not put the sauce on the bottom and used green onion and swiss cheese. I also made these with the new 50% larger “big and flakey” crescent dinner rolls (quantity 6) and used all the filling okay. Good enough for company!
Excellent! Thank you Kittencal for submitting this! My kids and the ex-DH gobbled this up like there was no tomorrow! I made it exactly as the recipe says, and it turned out perfect! It's a definite "keeper" in my family from now on! Thanks again! Stacy :) UPDATE: Just made this again, much to the delight and accolades of my kids! Once again, easy, rich, flavorful and just plain yummy! It's one that I've passed on to my sisters and is a regular recipe in my rotation...Thanks again, Kitten! YUM! ;)
I made these for dinner Tuesday.. They turned out really good. Husband took leftovers to lunch the next day.. I went with the majority of the reviewers and did "not" put the sauce on the bottom of the pan. Everyone said they turned out alittle soggy that way.. So, I just spooned the sauce over the ones I ate, and let husband put his own sauce over his.. And you definitely do need 2 packages of cresent roll.. I would even go with three.. or cook less chicken.. I seasoned my chicken and just cooked it on top of the stove in olive oil until they were done.. This recipie were really good and easy.. Thanks for sharing!
This was very good and a nice change from my normal chicken dishes. I used Arrostook's Condensed Soup Mix # 25653 in place of the cream of chicken soup. Served with white rice and a fresh tossed salad. Thanks Kittencal!
I made this awhile back, but forgot if we liked it or not. I think it was good, but if I try it again I'll update my review.
this was so good...def. one of my all time faves :)
I made this for dinner tonight and it was a hit! We are a family of 5 and it made PLENTY for all of us to eat until we were stuffed. We even had enough to take a helping to our elderly neighbor, who also sad it was delicious. Thanks for a keeper!
Wow...I ate the almost the all of them...LOL...well 6 anyhow. I am BF so still eating for two but geez.

I used Turkey and it was great. I used celery salt and should NOT have. Too much salt.

Other then that I love love love this!
These were tasty, although the rolls were a bit soggy. Next time I'll make them with puff pastry shells, which are crispier, and perhaps I'll use less sauce. There was way too much filling for 1 can of rolls.
First time I made this I didn't quite care for it, but my mom made this again and it was like eating chicken cheesecake and soo yummy! I would definitely add veggies or extra chicken to give it more substance in the future, though.
All I have to say is omg good. This is a wonderful comfort dish. I made it with half the soup mixture on the bottom and the rest on top like it called for in the recipe and it was not soggy on the bottom but I also cooked it for about 5 more minutes. Since I wanted the cheese on top to be a little more crispy
These are to die for! Everyone loved them!! Be sure to make a lot, I doubled the cresent rolls! :-0
What a great recipe! I love the sauce that goes in this and it is such an easy fast meal to throw together in a hurry!
WOW!, My mouth is watering thinking about it. I would love to make it again tonight, but my husband ate 4.5 jumbo ones and needs a day or two to recupe! Excellent, I have a hard time saying anything more it was soooo gooood. Gave out the recipe to 3 friends today. Love your recipes Kittencal, will keep cooking and starting rating more.
This was SO good. I used a rotisserie chicken from the deli and cream of mushroom soup. Also as I look back at the recipe I accidentally used 8 oz of cream cheese instead of 4! It was perfect for us though. I did make 2 batches, one with the soup topping, and one without. I will do both ways from now on! My crescents weren't soggy at all! I did cook it for maybe 40 min though. The ones without the sauce on the top were great too, I pulled one out this morning and ate it cold!! It was really good this way! I think I will add a tad more onion and some broccoli next time! This is going to be on my menu often, easy and delicious!! Thanks again KittenCal!!!
This was tonight's dinner. This dish is A-MAZING. I added a small can of chopped green chile peppers, drained, to the filling to jazz it up a little. Definitely not diet friendly, but nice and comforting.
This was wonderful and I didn't change a thing. Ijust doubled the recipe because hubby is a big eater.
WOW! With 152 reviews you would think that I would have made this sooner!The filling was awesome.I used 2 packs of crescent rolls and canned chicken and ya know what...it was great!
My kids and picky DH loved this recipe! We used extra large crescent rolls to make "pockets" but that was getting messy so for the kids we made "biscuit bowls". We turned a muffin pan over and cooked biscuits on the outside to make little bowls and added the filling with cheese on top. I preferred the crescent "pockets" but hubby and kids liked the bowls. We didn't put filling around them to cook and had just enough to do the crescents and bowls. Next time I am going to add veggie and put it in a pie crust. Excellent!
Tried this one with my husband a week ago and it was great!!!
This is a really good idea, however, it was way too salty for us. I think the saltiness came from the cr. of chicken soup being undiluted. I did not bake these with the sauce, and tomorrow, with the leftovers, we will probably omit the sauce all together. The rolls are fine without it. Thanks for an interesting recipe, though!
**edited 10/15/07 - made this again tonight and it was excellent!! I used healthy choice cr. of chicken soup, light cream, and baked the rolls without sauce, adding it after they came out of the oven. I cut the butter to 2tbs and used about 3/4 c. cheddar cheese total. So, I am changing my rating to 5 stars! Thanks!
I had to sign up as a member so I could leave a 5-star review for this AMAZING recipe! I have been making it for the past few years on the regular and it has never failed me! I like to add a small can of diced green chiles to the filling and I have found that cracker-barrel sharp cheddar tastes the best. I pour the sauce on top about halfway through baking and it always turns out absolutely perfect. I have seriously made this probably at least 25 times and every, single time I receive tons of compliments about how delicious it is. Sure, it may not be the healthiest, but it is an amazing treat and worth every, single calorie! Just serve it with a side of broccoli or brussels and you're set! Kittencal, your amazing concoction will forever be a part of my and my family's lives so thank you :)
Wow! This is the ultimate comfort food. It took a little time to make, but the end results were definately worth it. Used green onions, which added a nice touch of color. A keeper!
Wow! Have to say, I don't think my husband has raved so much about a dish before. I halved the quantity, and it was perfect for 2 of us for dinner. Served it with a side of garlic bread. Added some dried parsley into the filling, and didn't coat the bottom of the dish with sauce. 30 mins was perfect for it, as it came out bubbley and golden. Perrrfect! Thanks for the lovely recipe Kittencal! Will be making this one a few times a month for sure!
Oh, I was so disappointed with these. I should have paid more attention to the reviews, and so I won't make a star rating. This is the first time I've made a Kittencal recipe that just didn't work for me. I used Turkey in the filling (and didn't care for the flavor, should definitely use chicken) but the problem was the sauce/dough. I simply couldn't get it to COOK all the way through. I did put sauce under and over the rolls, and I filled the rolls far too full thinking it would be very casserole-like in texture and would be okay -- but it wasn't. The dough simply would not cook; I ended up burning the top and sides and the middle was still totally, completely raw.

I still think this is a great idea, but if I try again it will be with the sauce served on the side, and I will halve (or less) the filling. I filled two cans of crescent rolls very VERY plumply (TOO MUCH) and there was still a lot left over.

I'm sure this was my mistake; as I filled the rolls too much and used way too much sauce. I may try again sometime, but we ordered pizza tonight.
I loved this recipe! I only tweaked it a bit. First, I used grated Colby cheese in place of the cheddar and I added seasoning salt to the sauce too. I also added 1/4c of parmesan cheese to the filling and also to the sauce and sprinkled it over the finished product. I did bake the rolls in a baking pan but without the sauce. I drizzled the sauce over top immediately before serving. I also put the filling in my food processor which made almost a filling pate for the rolls. YUM!
I made it using only about 1/2 of the soup mixture. It was a good, easy recipe but not outstanding. I will make it again!
I cooked them without any sauce over them and only put it on after and it wasn't as soggy.
I also had rave reviews from my picky family of 5. I used the large crescents and the amount of filling was perfect. I followed the recipe exactly for the first time, but, like others have mentioned, I will cooked the bundles before adding sauce. In fact, next time, I may keep sauce separate and serve it as a "gravy". I liked the cheese on top, but my kids liked it without. I also may try making these bundles ahead and freezing them after baking minus the sauce. It would make this an easier weekday meal! Thanks, Kitten!
Great recipe. I used the large crescent rolls and shaped them into a circle, placed the filling in the center and folded the tips of the crescent rolls up to completely cover the chicken filling. After baking to a golden brown, I just cut into serving pieces. I made the sauce right before serving, adding mushrooms, garlic and onion powder and salt and pepper. Each person just added the amount of sauce to their individual serving. Definitely will make again.
I have made this several times and it is wonderful! Sometimes when I can't think of anything to fix for dinner, I'll ask my fiance for suggestions and it's funny because every time he says "what about that chicken croussant thing you make". It's great the next day too! Thanks Kittencal. Your recipes are always great!
Although these tasted great, there is way too much chicken filling for the stated 8 oz Crescent Rolls. You only need about half of what this recipe calls for.
SO YUMMY!! It's cheesy and very creamy. I doubled the recipe and it turned out fine except next time I think I'll just only double the chicken and the rolls and only make the usual amount the recipe calls for on the sauce because it made the rolls a bit too soggy for me. But it was still great! Thanks for a great recipe!
This was simply wonderful. Even my picky toddler ate every bite. I only put a small amount of sauce on the bottom of my baking dish, and a small bit on top before baking. The rest I served on the side. Thank you very much for sharing this recipe! I will be making this again. :-)
Not that another 5 star review is needed, but just wanted to say how much we all loved this recipe. DH and kiddies are very particular and they scarfed it down. I can't wait to try more of your recipes, Kitten. Thanks so much for posting!
Heather
This is wonderful. I used creme of celery soup because that is what I had. It was delicious. The leftovers were super heated up the next day. Thank you so much for sharing such a wonderful and easy recipe.
What a hit! I kknew that I didn't have time to roll out individual rolls, so I lined a 9x9 dish with crescent rolls (there was enough left to make a lattice top). I mixed together the sauce & the chicken (I used 3 breasts). I cut back on the cheddar cheese too. Next time I will add in some veggies! I baked it at 350 for 30 minutes.
This was a yummy recipe. It's very rich and buttery. I used rotisserie chicken and that helped add some extra flavor. It also made it very easy to put tofether. I added grated vidalia onion to the filling so it would have the flavor but not the texture. For the sauce I used half swiss & half cheddar. Then drizzled it over the rolls and around them. My 10 year old daughter and her friend loved it. Check out my photos. Thanks!
This turned out better than I thought it would. I tasted the chicken mixture by itself and was not real impressed but went ahead and made it up. I did not put any of the mix on the bottom. Just buttered the dish well then just put a little on top of each crescent. They turned out GREAT!! Even picky husband said they were good and all the kids loved them.
SO fattening, but SO VERY delicious! I served this for supper tonight with a side of green beans and it was wonderful. Next time I think I will wait until later in the baking to put the cheese on top; cheese started browning when crescents were still doughy & I had to cover with foil. DELICIOUS!!!
Not impressed, the crescent rolls were doughy, these might be better baked for 20-30 minutes then add the cheese sauce. At best these were OK
Very good, I made this last night and used 2 cans of cresent rolls and there was enough filling for all but 1 cresent roll. I want to try this again except use half chicken, half ham and swiss cheese for a chicken cordon blue type meal.
This was sooooo good. I added some garlic seasonings to the chicken mixture. I had some extra chicken mixture so I just sprinkled it on top before adding the cream sauce. This was soooo yummy! Thank you!
This recipe is AWESOME! My family loved loved loved it, and it is easy to make, which is a HUGE plus.
How did I forget to rate this one! We have had this twice. The first time I had a guest for dinner and everybody raved about it. This is incredible! Rich and delcious. Next time I want to try it without the sauce because the filling is to die for!
These were so very yummy and easy too! I have had this recipe saved in my cookbooks for a while now, just waiting for a time when I had some leftover cooked chicken. They were really easy to make and my hubby and I loved them! I will be making these again. No doubt about it!
Along with everyone else, I thought this was great! I did leave out the onion and saved the soup mix to drizzle over crescents after baking, but other than that followed the recipe exactly. My son loved this to my surprise because he is such a picky eater. Thanks for a great recipe.
This was SO good! I would give it a higher rating, if it were possible. I did as others suggested and put the sauce on top. I also used a mixture of onions and green onions. YUM - O!!
This stuff is addictive! Its one of those that you make the first time and then find yourself craving it the next week.. I use the heart healthy soup, and that seems to cut down on the heaviness. Also, I chop the chicken, it doesn't seem so mushy that way. Love it!
After reading the reviews, I cut the filling mixture in half and it worked perfectly for 1 can of rolls. I also sprinkled the finished casserole with garlic powder & paprika. DH really liked this casserole, but I didn't care much for the texture. My star rating is a compromise between his 5 and my 3 stars. So mixed results at my house :) Thank you for sharing your recipe.
This was delicious! Made it tonight and we all loved it. Because of the &#039;soggy bottom&#039; comments, I baked the stuffed crescent rolls in a greased Pyrex dish by themselves for the first 15 minutes while I made the sauce. Then I added the full recipe of sauce on top plus a little extra cheddar and cooked for the remaining 15 minutes. At the end I turned on the broiler to get that nice slightly brown and bubbly top that finishes dishes like this just right. Perfect! I also made a couple substitutions to bring down the fat and calorie content. I used the &#039;Healthy Choice&#039; cream of chicken soup, light mayo, and 1% milk in the sauce instead of cream. I also added about 1/2 cup of thawed frozen peas &amp; carrots to the filling. This will be a new staple around here. Thanks, Kitten!
I made this and it was a big hit! I took the advice of others and kept the sauce separate while baking and served individual servings with the cheese sauce. The bottoms didn&#039;t get a mushy until after it had cooled completely when I was packing them up and it was only slightly mushy. I love Crescent rolls fresh but never been a fan of them reheated so I wasn&#039;t sure how the leftovers would taste. The next day instead of reheating them in the microwave I put them in the oven on 350 degrees F. for about 10 minutes and then turned the broiler on high. I broiled both sides until the slightly soggy crust became crusty again 4 - 5 min on each side. They weren&#039;t as good as fresh but not bad reheated. Hubby raved about them fresh or reheated. I served them with Creamy Parmesan Rice - from another site and collards with vinegar. It was a big hit. **A word of warning though** I did a quick look over this recipe because I was in a hurry and I saw Totat TIme as 55 minutes, I already had chicken thawed out. That doesn&#039;t account for the time it takes to soften the cream cheese and butter. It&#039;s easy to soften cream cheese quickly (put the unopened foil wrapped cheese in some warm water) but butter just takes time. And dinner was done much later that night. Also I would recommend keeping the rolls refrigerated until ready to use because they become soft and they tear easily if not cold. I made the mistake of leaving them out while I was waiting on the cheese and butter to soften and it made it more difficult to seperate and roll them.
Like it needs another review-- but made it tonight and husband loved it. I used (gasp) canned chicken- the ratio is 1- 5oz can chicken per 1 can crescent rolls. Yes, there was left over filling, but I'll use it tomorrow for lunch in a hot chicken sandwich. So now I wonder about ham/swiss cheese inside with cream of onion soup? Or fajita flavored chicken or beef with zesty tomato soup? Or broccoli/havarti inside with cream of broccoli soup......
Super recipe Kittencal! I rolled up a couple for my 7 yr old before I added the onions to the mix. I baked them for 15-20 min then added the sauce and cheese and baked for 10 min more. Everyone loved them. I have made many of your recipes and every one of them has been absolutely awesome! Thanks!
Excellent recipe! I had some leftover chicken from previous meal and found this recipe. Oh so good. I doubled the recipe, but only used one can of soup and it turned out perfect for us, that you so much for this wonderful way to use up leftover chicken. Stephanie
If I could give this recipe 10 Stars I would. I served it for Mother's Day dinner and adults and kids loved it! I sauted the onions and I added the sauce at the very end of baking, just enough sauce to cover the the top of croissants. It was an amazing delicious dish!
Very tasty! Even my picky husband loved this. The leftovers reheated really well the next day.
I used a jellyroll pan and did not put sauce on the bottom of the pan. They cooked in about 15 minutes and were perfect - no soggy bottom, no uncooked roll anywhere. Served with the sauce on the side. Also they were great the next day! I plan on making these again
Wonderful! Very flavorful.I baked them without the soup so they came out crispy. I added the soup mixture just before serving. Everyone loved them, I will be making them again....THANK YOU for such a great recipe!
Very good. I used reduced-fat crescent rolls, 1/3 less fat cream cheese and milk instead of whipping cream. I also reduced the butter to 2 Tbsp and I would omit it all together next time. The rolls were creamy and flavorful. This is an easy dish to make and I would make it again.
This was very good. It was a hit at my house.THX!
Bypassed the soggy bottom by baking crescent rolls in greased pan by themselves. Added fresh/ blanched/finely chopped broccoli and celery to filling as suggested by other reviewers. Drizzled sauce (which seemed very thick/canned soup-like) on top for about 5 minutes; sprinkled with sharp cheddar.

Too bland and WAY too canned soup-ish for us. Worked for one dinner; won't be making again. Hoped it would be somewhat like chicken and dumplings; no where close. If you steer clear of canned-soup-anything; this is NOT a recipe you would enjoy.
This was just okay for me. The cream cheese was a little too rich for me. But this would be a wonderful dish for cream cheese lovers.
Yummy! I cooked them without the sauce, and they turned out great! Next time, I'll take out a little of the garlic powder and add more cream cheese--but these are definitely a repeat! Thanks! :)
These are awesome! I just ate them (could hardly wait for them to cool down enough! lol) and I loved them. They are very tasteful..I thought they might be slightly bland, but they were not at all. I did have about a cup of filling left over, so I'd probably double the crescent rolls next time. I also used about double the cheese because we love cheese. I added some of the cream sauce to the filling also because I think I used too much chicken... Even though I changed some stuff, they tasted awesome. Thanks for the recipe!
Easy and good, very very good!
I just made these again so I need to rewrite my review. Still delicious and the perfect comfort food. I have found that the amount of chicken filling perfectly fills 2 cans of crescent rolls (16 total) and the rolls fit perfectly in a 13x9 casserole. I mix up the sauce and pour it over the bottom, then place the crescents on top and bake like that, instead of pouring half the sauce on top. They are SO good this way. My entire family thanks you again for this delicious recipe!!! My 13 month old twins inhale this and last time ate TWO whole stuffed crescents EACH!
This was great! Even DH liked it, and he seems hard to please. I used chicken instead of turkey, cheddar instead of swiss, and used seasoning salt instead of regular salt. Then I followed the recipe exactly, and it all came out perfect. I have been learning that Kittencal has GREAT recipes and this is no exception. I can't wait to have this again.
Wow are these chicken rolls every the best! no wonder they are in the top recipe! I poured the sauce on top before baking them and they were not soggy at all.they are so good, one of my new favorite recipes thank you!
This was DELICIOUS! I did substitute some ingredients to make it slightly less guilt-full. I used reduced fat cream cheese, low fat cheddar, reduced fat crescent rolls, and 1% milk instead of whipping cream, and it was still VERY rich! I had a little extra filling left over so i threw it in the sauce to add a bit more creaminess to it in lieu of heavy cream. I'll definitely be making this again!
Your directions warned me that using all of the soup mixture may make them soggy and boy were they! Almost doughy like it needed to bake longer. The flavor was so good we gave it 5 stars anyway! Next time I will serve the cheesy soup mixture on top after baking. This is really one of those recipes you can change around. I will be trying a bazillion variations of this - it was really good. My husband called it a much better tasting, modern day chicken pot pie. No peas! I'm thinking this is the 3rd or 4th recipe of yours I've tried, so I've gone through all of your public recipes and saved a bunch more.
Really good! I took extra chicken and scooped in between rolls. Just scooped some up with the crescents and sauce to eat.
This was great! Everyone loved it - even my picky eaters. Will make again.
This is my picky boyfriend's favorite meal. and also when my friends wake up at my house hungover, I make this for breakfast (sometime past noon) and everyone has said it's the best thing to wake up to. It's delicious, and I have yet to find anyone who doesn't love it.
very good-non left at my house. Thanks for a great recipe.
i used low fat substitutes for the soup, cheese, cream cheese and table cream, and even the crescent rolls. we liked it, but the next time i am going to skip the soup mixture and just bake the rolls without it.
What a great recipe! Never in a million years would I have thought of pouring a sauce over cresent rolls.... they were delicious!
The texture reminds me of a Chicken Potpie - wonderful!
Very good & the family loved it. It is a little labor intensive, but worth the effort!
I love these! I make them every few weeks for my boyfriend and I. I use milk instead of whipping cream because I don't have that in my house. Great recipe!
WAY too salty. Followed the recipe exactly. Wasn't too salty the second time around without the sauce, (had leftover filling, so made for lunch next day) but I won't be making this again.
Like you need another review Eh! Kitten?. This was very good, I followed the recipe exactly and did have chicken left over and I don't mind at all because we are going to have sammies with it. I wondered if the temp could have 350° as at 300F it didn't brown in the 30 min. I put the oven on broil for a minute and jacked the temp up to 400°F. it gave the cheese a more cooked look, not so anemic. 3 of us ate all 8 of them, I will try doing it different next time as there are some great suggestions in the reviews. Thanks for posting a great recipe.
this was super easy and quick perfect for the picky eater too! will definately be making again!
Just going to say it is great comfort food. Nothing I can add that hasn't been said 199 times before this review. Loved 'em.
Everyone at my house loved it; even my 2 and 4 year old ate everything on their plates, and that is saying a lot!!! The only complaint I got was that my husband thought there was too much onion in it. I think next time I may saute the onions before adding into the chicken mixture or either add less, so it isn't such a strong flavor. The onions don't soften all the way during the cook time. The way I see it with any recipe, make it as directed in the recipe the first time, then you can always tweak it to fit your own personal taste later after you are familiar with it! All in all I thought it was a great recipe and I will definately make again! Thanks for posting!!!
I remember these from 20 years ago! We were visiting friends and this was one of the meals we had. YUM! And BTW, I love them a little soggy. Reminds me of dumplings.
I have prepared these before and couldn't remember if I had rated them or not. If I haven't I want to add my review to tell you how excellent these are. My family loved them and I would definitely give them more than 5 stars if possible. Thanks for posting.
This is mine and my family's favorite dish right now. I discovered the recipe about a month ago and have made it four times since. I cook it exactly how the recipe says and put my rolls in a 9" x 11" baking dish. I just drizzle the sauce over the top, leaving enough of the rolls exposed so that they get crispier. I boil my chicken breast, then shred it so that it spreads easier over the rolls. Also, I make a little extra of the sauce and store it for later because the leftover rolls tend to dry out.
This was very good - better than I expected. I took the advise of another reviewer and put the chicken rolls in the oven until they were nice and brown and then I poured the sauce on and baked for an additional 15 minutes or so, it wasn't soggy at all, it was more of a biscuits and gravy consistency. I did put additional half n half in the soup mixture to thin it out a little bit. I used low fat cheese and low fat soup and 1/3 less fat cream cheese. I think next time I'll use FF Half n Half. My family loved. I will make this again, it will be awesome during the winter time! Thank you!
Thanks to Kittencalnfor another DELICIOUS recipe. I made this for a potluck and it was a big hit! Based on other reviews I sauteed the onions a bit first, didn't put any of the sauce on the bottom of the dish, and just drizzled a bit on the top then heated the rest up to be poured over as people wanted at serving time. Mine only took about 30 min to cook. I will be making this again and again!!
We liked this. I only had one container of crescent rolls, but I had some biscuits, so we mixed it up and used both. Worked out ok. Also, only had 2 oz of plain cream cheese, so I used 2 oz of vegetable cream cheese too. Decided this would be really yummy with vegetable cream cheese, crab, and some cajun seasoning. Maybe a bit of green pepper too. We put the soup on the last 5-10 minutes of baking time. Thanks for a versatile recipe.
This recipe sounded good and the pictures all looked so yummy but it was nothing compared to how these actually tasted! My hubby is picky and he has at times banned me from making any new Zaar recipes as he likes his old favorites and he is hard to please! This has got to be the highest of all compliments - HE LOVED IT! He said "out of everything you have made from that site, this is my favorite and you can make it again"! WOW!! I am still in shock!! This recipe is easy to follow. It goes together quickly. The taste is undescribably good, it just goes together! It is nice & creamy. I did not have any probs at all, the crescents cooked up nice and golden on the top and were cooked thoroughly underneath. I cant say enough about how great this was! It is definitely a keeper! Thank you!!
I was a bit skeptical of this recipe at first....good thing I tried it!!! These were very easy to make and my 21 month old and picky eating Hubby loved them!!! I served this dish with rice and green beans. I will be trying more of Kittencal's recipes SOON!!! Thanks!!!
WOW! nice dish, could see making this after thanksgiving with turkey.Let everyone wow it and all the time using leftovers.mmm maybe even using leftover gravy instead of chicken soup. This dish is delicious. Thank you!
I made this dish last night for 16 family members. And everyone really enjoyed this dish. What a great combonation.
very good. cooked up perfectly. I used miracle whip in place of mayonnaise, added a little zing but I don't think I'd do it again. It was browned and fully cooked (not sogggy and I used all of the soup mix) . The Boyfriend loved it (we made the recipe as is for just the two of us and it's gone), will definitely make it again. Thanks Kittencal.
We give it a 10/10. Added 1/4 cup shredded sharp cheddar and 1/4 cup chopped white onion to the stuffing mix. Also we used Pilsbury Jumbo cresents. So that made only 6. We followed previous reviews and cooked the rolls first then added the sauce. I think that was a good choice. WE stirred in our remaining stuffing into the sauce and made it chunky suace.
yummmmmy-licious!
After reading all of the reviews, I used 2 tubes of crescent rolls and poured all of the sauce over the top. They turned out beautifully! DH was very impressed. Thanks Kittencal for a great new way to use up left-over chicken.
Mmmmm this was very good!
I used some finely chopped red onion, a dash of dill & black pepper to the chicken mixture. I also used a combination of Kraft Italiano & 3 cheese Casserole shredded cheeses. I followed the suggestions not to put the sauce under the rolls, and the bottoms were not soggy. I did though, use Reynold's release wrap so it made it easy to slide them out and no clean up!
This might be a little rich for some people -- I recommend scaling back on the cream cheese in the filling. The sauce was VERY good and I saved the extra for another recipe. Although it seemed like quite a few ingredients, this recipe was pretty simple to prepare and overall delicious. Thanks very much!
The flavor of the filling was wonderful, but my rolls came out rather soggy. Next time I will try using a larger casserol dish, so they are not sitting in so much sauce.
I was looking for a recipe for leftover turkey and decided to try this. The 200+ reviews added to the fact that this is a Kittencal recipe played no small part in my decision. I told my husband after we finished that this recipe was from the same lady who created Barbecued Beans with Ground Beef and he said I should cook more of her recipes! I followed the recipe exactly but discovered too late that I only had one can of crescent rolls and used one of grands for the second (I cupped a biscuit, filled and then separated another biscuit into thirds and put a thin top over the filling). It worked! I had forgotten to put a layer of soup mixture on the bottom so poured it all over the top. I used swiss as cheese choice. OH MY GOODNESS--then I knew why so many people reviewed this recipe. Comfort food at its best. Thank you, thank you, thank you.
Oh Kittencal, Very sinfully scrumptious. I'm new to my oven, it apparently cooks a little higher than I'm used to, so it came out a little dry, my fault, not the recipe! I had no problems filling 8 crescent rolls, made them nice and plump. Used a combo of swiss and cheddar, added black pepper, touch of garlic powder, and some paprika, and parsely for garnish. As one reviewer suggested, I used the onion and chive cream cheese, came out great! If you want to avoid "soggy bottoms", I suggest just buttering the pan and omitting the bottom layer of soup mixture, just plop it on top, if too thick, add a little extra half and half. Taste was superb, will make again. Great jump off recipe that one can play around with. A definite keeper! TY so much!
This rating is really for the filling / crescent roll combination as (like many others) I made a few adjustments.<br/><br/>1) I used neufchatel (1/3 less fat) instead of cream cheese -- it won't make this dish into health food, but every little bit helps.<br/><br/>2) Rather than buttering the casserole dish I threw a piece of parchment paper into the bottom of the casserole and cooked the rolls on it without any sauce -- this worked great and cleanup was a breeze<br/><br/>3) I did not put any sauce on the rolls while cooking, and instead of the soup / cheese I made sauce supreme with sherry (roux, chicken broth, heavy cream, egg yolk, thyme, tarragon, salt/pepper and sherry) and served it in a gravy boat on the side. I can't say for sure since I didn't try it the other way, but I really enjoy the light crust of the crescent rolls and suspect this preserved it better than cooking in sauce, plus my kids always like being able to control the amount of sauce.<br/><br/>Last but not least, I had a LOT of chicken and so I made two batches of filling and froze one -- I thawed it before preparing the recipe the second time, and this was very successful -- tasted just like the first preparation. Based on the general opinion of freezing pre-filled crescent roll items on the internet, I suspect they could even be filled before freezing, making these potentially a good OAMC dish.
very easy to prepare and the family really enjoyed this one. A little to rich for me and I think it could have used some fresh herbs but non the less I was asked to keep this in the rotation. Thank you for a quick and easy family pleasing recipe.
I made the filling according to the directions but I added 1 cup of chopped spinach. I did not even use the sauce based on reviews. Everyone loved it, including the picky 4 year old!
FANTASTIC!! DELICIOUS!! RICH!! CREAMY!! COMPANY-WORTHY!! Thanks SO MUCH!! We LOVED this!!! :)
Just made this and it was delish! To avoid the "soggy bottom" other reviewers mentioned I didn't put the sauce on the bottom of the pan and made sure to cook them until they were nick and golden brown on top. They came out perfectly this way, no "sog". The only change I made was to use low-fat ingredients - skim milk instead of cream, and reduced fat cream cheese, soup and cheddar. I also fully carmelized the onions below adding them to the filling to give it extra savory flavor. Yum! Thanks Kittencal!
Creamy yumminess! A big hit in our family. I used our left over oven roasted chicken in it. It made for an easy dinner.
This was AMAZING! After reading all the reviews, I had to try it. The taste of this dish was really good. I took other reviewers advice and instead of pouring the soup on the bottom of the pan, I just poured it over the crescents. Next time, I will wait about 15 minutes before adding the soup in as another reviewer suggested. I also had a lot of filling mixture left over, but that is my only complaint. I think these would be great with the jumbo crescent rolls because it would allow for more filling. The taste is amazing, you must try it for yourself. Will definitely make again!
Tasty! Thanks, Kittencal! I made these without the sauce (only because I didn't have everything on hand) and they made nice little bundles that my youngest one could pick up and eat. Flavorful and easy! I added just a bit of garlic salt to the filling because DH loves it, but I tasted it before and thought it was good that way as well.
I waited to add the sauce until after it cooked. VERY yummy! Definitely planning on making it again!!
My family loved this! Next time I will have to double the recipe to keep the kids from fighting over the seconds! Thanks for a great family recipe.
My best friend made this the other day for me. Wow, it was really good. I will have to make it soon. I will probably leave out the onions and use onion powder since I don't care for onions. Very creamy very good quick dish.
Easy instructions and easy to prepare! That already makes this recipe a winner, however the taste was wonderful!! My family of 4 loved it, and that says alot considering I have two picky kids. Will be adding this recipe into my reg. rotation. Thanks!
This was delicious.. We made it exactly as said and it turned out really well.. Thank you for such a good recipe..
I made this yesterday and it was okay. I guess I was expecting more because of all the high reviews. I think I could have just made some creamed chicken and added cheese to the sauce and served over bisquits for about the same result....
This is a great recipe. My husband is a picky eater and he came back for seconds:-) I will make this the next time someone ask me to bring a dish!
This is an absolute favorite at my house. However, being a vegetarian, I changed them to SPINACH crescent rolls. Substituted spinach for the chicken and cream of broccoli (cream of mushroom would probably work as well, but my roommate hates mushrooms) for the cream of chicken and it's FANTASTIC.
I've reviewed this recipe once, but have since refined it to OUR pleasure. To reduce the sogginess of the crescents, I put the hot cheese sauce on the bundled crescents AFTER they came out of the oven (and no sauce on the bottom). I also bumped my oven temp up to 350 (I do live at 3500'). And, finally I'd like to suggest adding some finely diced celery and poultry seasoning to the chicken mixture. Any leftovers of the mixture makes GREAT chicken sandwiches. This is a wonderfully versatile recipe. Thank you again!!
These were terrific!!! Everyone loved them so much. I added a little bit of curry in the soup mixture and it was great! Friend asked me to make them again tomorrow and we just had them 2 days ago! So many things could go in these...I'm excited to try some new ideas. Thanks for another great recipe from you Kittencal!
This dish was all received at my family's table!! Not a scrap left!! Thank you for posting an easy recipe for using leftover chicken.
Yummy!!! If you do not want the bottoms of the cresents to get soggy you can line them with the cheddar cheese. Melt the cheese in the oven for a few seconds and then spoon the filling into the rolls.
This recipe is awesome! I made it twice in one week, nothing but rave reviews! Thanks Kittencal!
Wow! We really liked this recipe. It makes a large quantity, really more than I expected it too. I followed someone's advice and added spinach to some of them. The recipe is simple to make, alittle time consuming, but not a big deal. It is a pretty presentation, also. I took to a family New Year's Day gathering, and everyone really like them. I will definitely make them again.
Thanks!
What I did with this recipe was add anothere package of the crescents and a little parmesan on top... Baked a little long than 30 minutes... more like 45 min with my gas oven, and I cooked it in a stone casserole dish.... at 375o...When I pulled the dish out of the oven... It was nice and golden brown,creammy pubbly sauce around those chicken cres... Now, how did they tast?Well
It tasted sooooo good!!! My 10 year old son and my husband, we loved it you must make this easy dish... so good!
Excellent recipe. I added the sauce after the crescents were cooked as I didn't want them to be soggy. Otherwise, everything else was good as is.
I needed to re-review since I made these again and they turned out great! Very cheesy and yummy!Not soggy at all like first time. I butterd the bottom of the pan as one other reviwer suggested and put just a liitle sauce on top and they turned out crispy like I wanted. A grea recipe that just needs to be played with a little to suit ones own liking.
Gosh, these are tasty! They were easy to prepare and very filling. My DH really liked them. I followed the recipe to a T. Wouldn't change a thing...but could see variations to this....like substituting tuna or spinach, or mushroom & cheese crescent rolls. I will definitely make these again. And will take these to any occasion. Thanks for a great and easy recipe.
This was great. I didn't use the sauce on the bottom of the pan. They cooked so nice and brown. It definately made too much filling but that was fine because I added some sliced grapes and made sandwiches with te leftovers. Very rich but delish.
This is so good! I took it to my ladies' brunch today, and people really scarfed it up. I found the filling was enough to fill 2 rolls of crescent dough (16 triangles) amply. I mixed 1t. garlic powder in with the cream cheese/chicken mixture for added flavor. I had to tote this to someone's house in my insulated carrier and worried that it might get doughy from steaming inside the dish, but it didn't. Will definitely make again.
This was easy and fun to make. It turned out very well and is quite a filling dish.
Oh my this was excellent!!! I would have posted a picture, and truthfully it came out of the oven looking like a delicious masterpiece, but we dove in and ate it up!(like hogs I might add!)<br/>I did take the advice of other cooks and didn't put sauce on the bottom of my glass pan, but I did butter the pan sufficiently to keep it from sticking. I had no sogginess in the finished dish, and the sauce that I did put on top of the stuffed rolls were perfect. I did add 2 minced cloves of fresh garlic to the Chicken mixture, but we enjoy using fresh garlic in our dishes. Great recipe, thanks for sharing it, and to anyone, it's a MUST TRY!~
Great comfort food. I didnt have cream of chicken so I subbed it for mushroom soup. I made 8 rolls, and have enough filling leftover for about 8 more. I think the next time I will either buy more crescents or decrease the filling. Thanks Kittencal.
cant believe i forgot to rate! wonderful dish, i get weird look when i tell people whats in it, but how good it tastes, usually help them get over whats in it. i searved these to a very picky AND health concious houseguest over the hoildays, it was the only dinner she accually took seconds of - recipezaar nutrition facts were a helper with that. i usually omit the onions, for personal tastes and add extra cheddar cheese in the mixture and on top. if i could give more stars i would *update i made mini kittencal cresent "balls" as an appatizer for easter, i doubled the recipie and made the sauce to dip in, ive posted pictures went over very well
Made this the other night, and boy it was good! easy and very tasty!! we don't have crescent rolls in australia, so i used crossiants and filled the mixture in the middle of them. I cook without the sauce and added it over the crossiants at serving time, that way the crossiants were still crispy. the sauce is a bit salty, so i added some cream and pepper to it, to reduce some of the saltiness, had left overs the next day, just reheating in the oven and still nice. will definately be making this again. thank you for submitting another wonderful meal.
